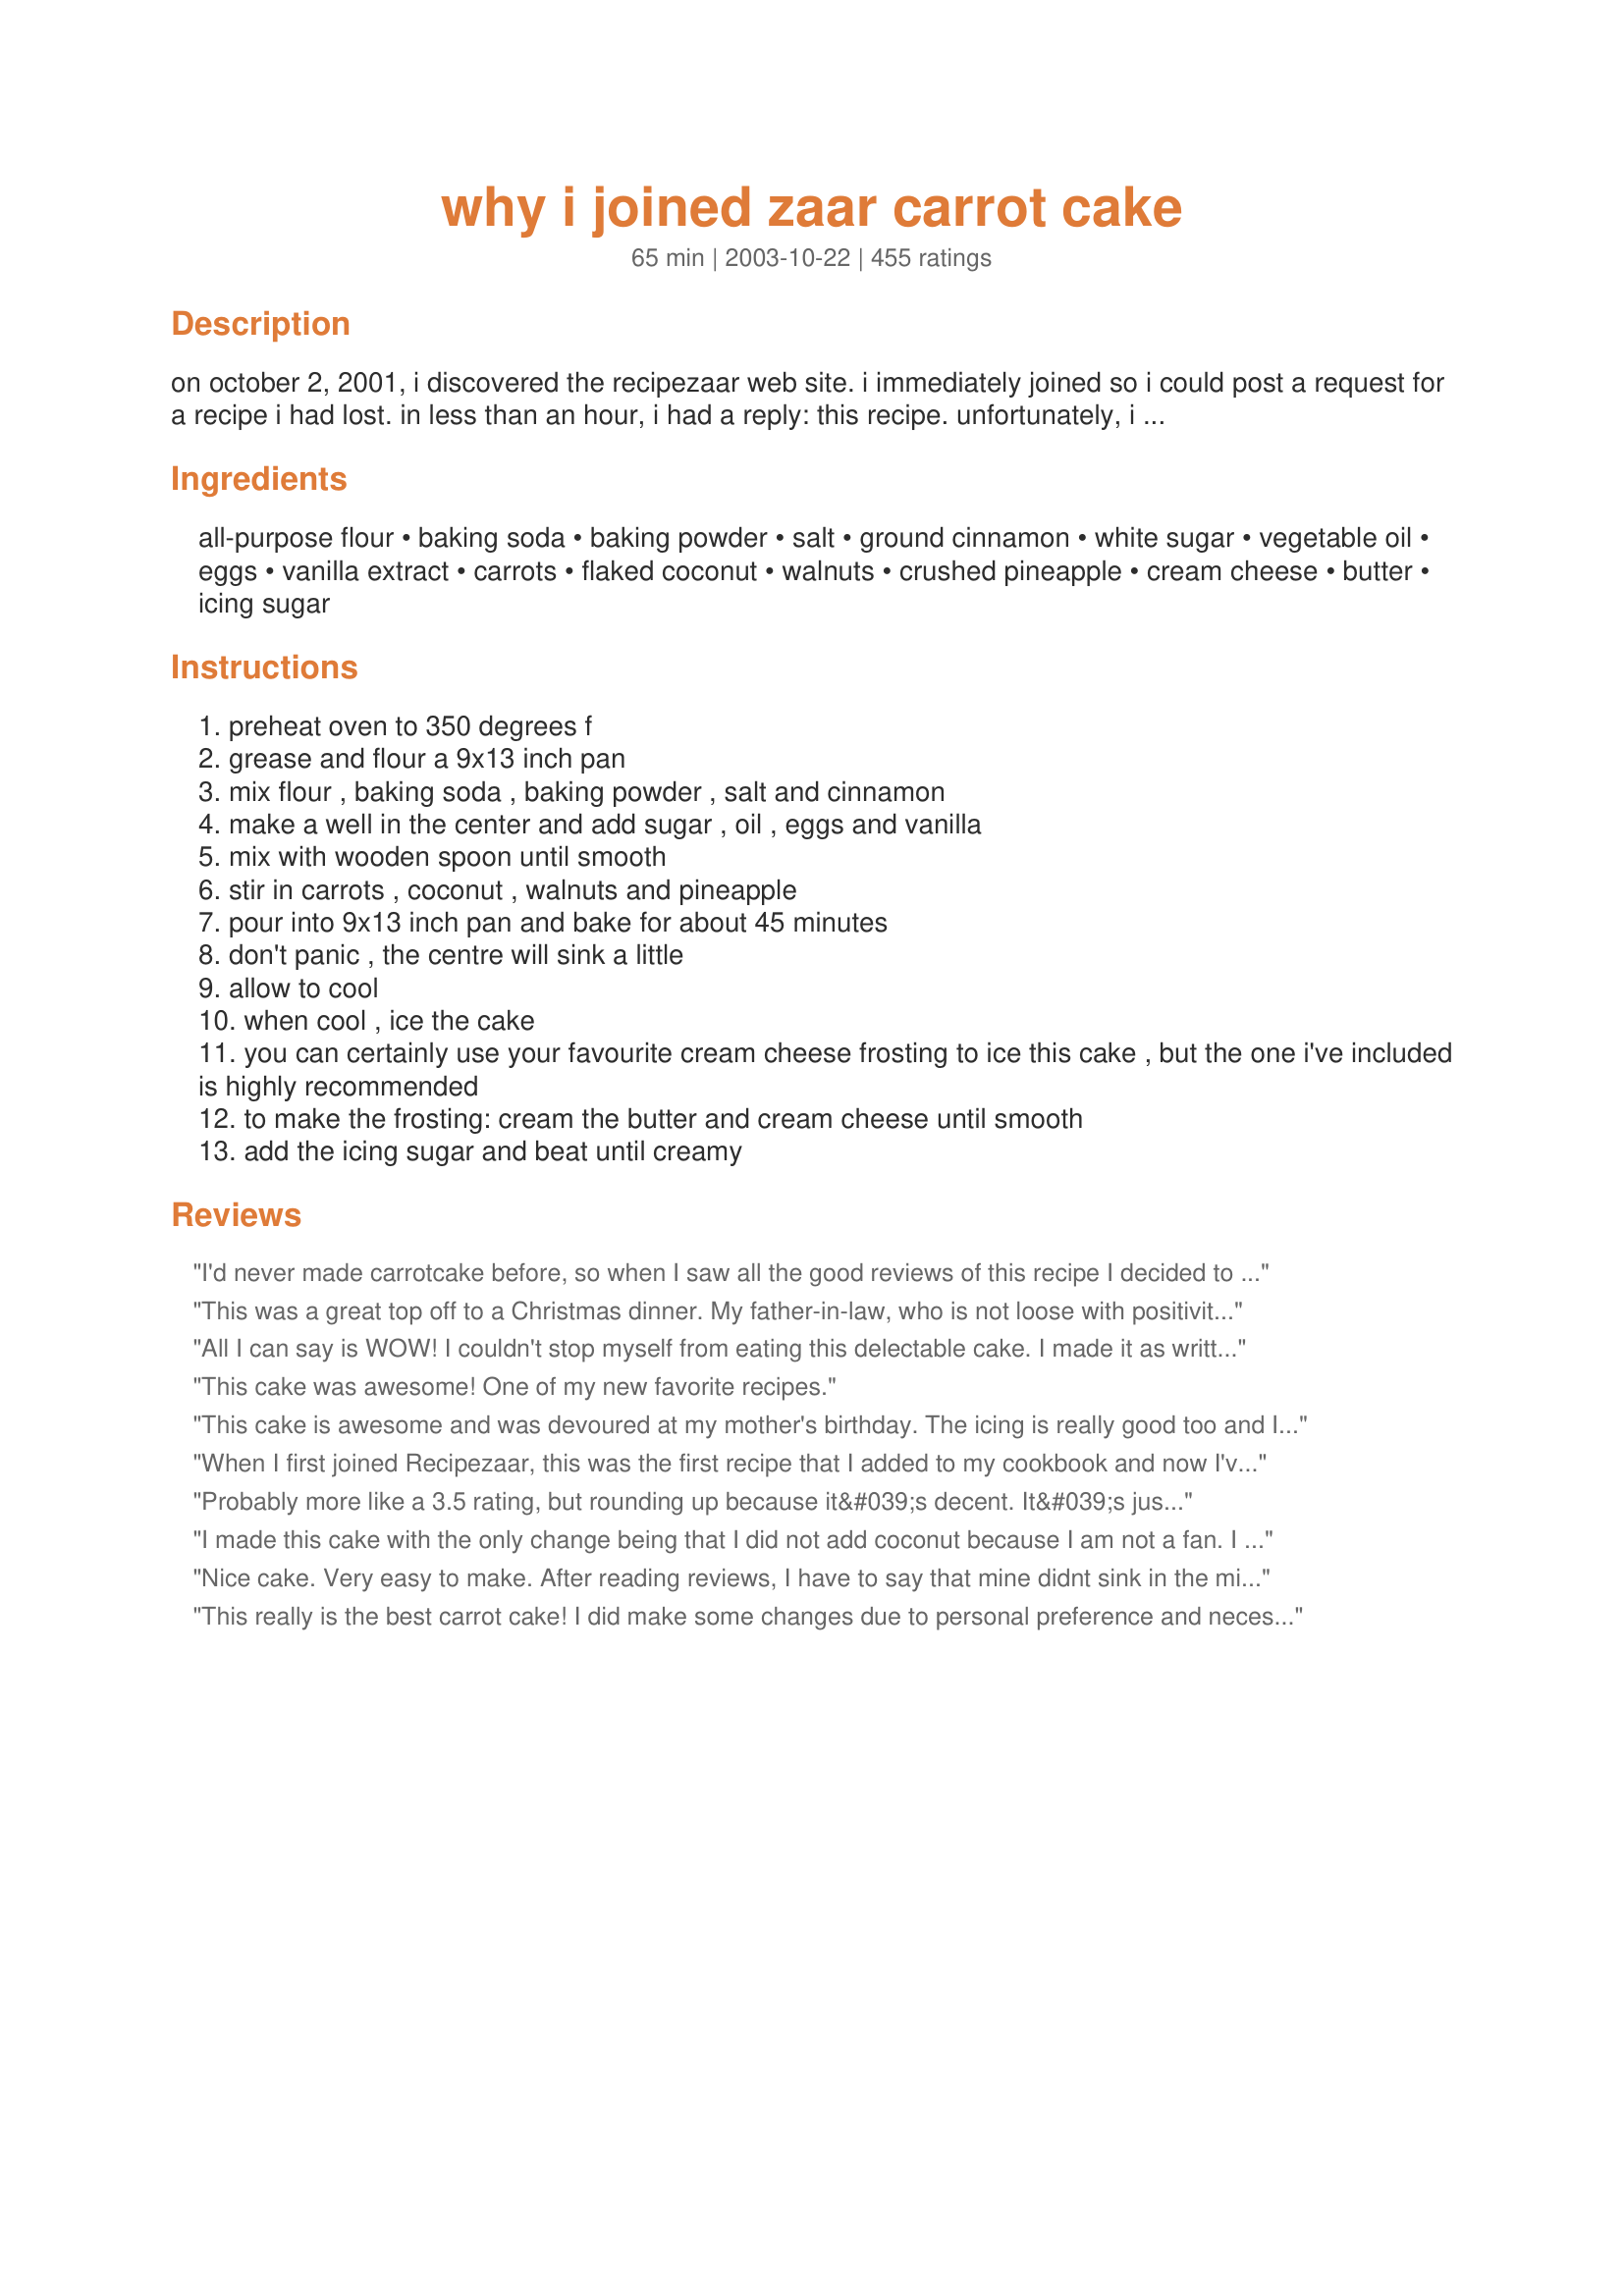
why i joined zaar carrot cake
Preparation time: 65 minutes

on october 2, 2001, i discovered the recipezaar web site. i immediately joined so i could post a request for a recipe i had lost. in less than an hour, i had a reply: this recipe. unfortunately, i never posted it into the database -- until now. my mistake. this cake was the reason i joined, and the friendly response i received was the reason i stayed!

Ingredients:
all-purpose flour, baking soda, baking powder, salt, ground cinnamon, white sugar, vegetable oil, eggs, vanilla extract, carrots, flaked coconut, walnuts, crushed pineapple, cream cheese, butter, icing sugar

Steps:
preheat oven to 350 degrees f
grease and flour a 9x13 inch pan
mix flour , baking soda , baking powder , salt and cinnamon
make a well in the center and add sugar , oil , eggs and vanilla
mix with wooden spoon until smooth
stir in carrots , coconut , walnuts and pineapple
pour into 9x13 inch pan and bake for about 45 minutes
don't panic , the centre will sink a little
allow to cool
when cool , ice the cake
you can certainly use your favourite cream cheese frosting to ice this cake , but the one i've included is highly recommended
to make the frosting: cream the butter and cream cheese until smooth
add the icing sugar and beat until creamy

Reviews:
I'd never made carrotcake before, so when I saw all the good reviews of this recipe I decided to try it! And boy oh boy did I hit a winner!
I've made the cake 3 weekends in a row, since I had people coming over and kept getting requests to please make it again!
It is soo good, thanx for sharing this one, it's deffinitly a keeper for me!
This was a great top off to a Christmas dinner. My father-in-law, who is not loose with positivity, said this was the best carrot cake he had ever put in his mouth. Thanks for sharing such a winner!
All I can say is WOW! I couldn't stop myself from eating this delectable cake. I made it as written but did add a little freshly-grated nutmeg and I grated the carrot quite finely which I think improves the texture. The cream cheese frosting was divine and I added a teaspoon of vanilla essence from others' suggestions. This is the best carrot cake I have ever made and I highly recommend it.
This cake was awesome! One of my new favorite recipes.
This cake is awesome and was devoured at my mother's birthday. The icing is really good too and I had no problems with it, impressive since I am the Icing-doesn't-like-me Queen. :D
When I first joined Recipezaar, this was the first recipe that I added to my cookbook and now I've finally made it (almost a year later)! What can I say but...WOW!! I made this cake for a lunch at work and my co-workers were awstruck at how good this cake was. I substituted 1/2 cup of applesauce for half of the oil, and I used egg beaters to lighten it up a bit. As for the frosting, I used the Wilton Cream Cheese icing recipe (not posted on Recipezaar, but on the Wilton website). For this I subsituted 1/3 less fat cream cheese for the regular stuff...and it all turned out great!! Thanks so much for this amazing recipe.
Probably more like a 3.5 rating, but rounding up because it&#039;s decent. It&#039;s just not what I expect out of carrot cake (which is far and away my favorite kind of cake). First of all, the cake itself is a bit too salty. And that&#039;s saying something, coming from someone like me who prefers salty to sweet. I would highly recommend cutting the salt in half, especially considering that as is, it has 582mg of sodium per serving (more than in 3 oz. of salted potato chips). Second, perhaps I&#039;ve been spoiled by some really great carrot cakes, but I think this could stand to be more dense. It just seemed a bit too airy for me. That&#039;s a matter of personal taste, though. Bottom line: reduce the salt, and if you&#039;re a fan of really dense carrot cake, you&#039;ll probably want to try a different recipe.
I made this cake with the only change being that I did not add coconut because I am not a fan. I also used cinnamon in my cream cheese icing. This cake was amazing. 3 different people told me this was the best cake they ever ate. Great
Nice cake. Very easy to make. After reading reviews, I have to say that mine didnt sink in the middle. Thanks for the recipe.
This really is the best carrot cake! I did make some changes due to personal preference and necessity. I could only find sweetened coconut, so I reduced the sugar to one cup. I replaced half of the oil with unsweetened applesauce. For the frosting, I reduced the powdered sugar to 1 3/4 cups and added 1/2 tsp. vanilla. I baked this in a pyrex pan at 325 and in my oven it took 35 minutes. Also, this freezes wonderfully. Slice it and flash freeze on a cookie sheet for a few hours, individually wrap in Press'n Seal wrap and store in a gallon freezer bag.
THIS is true carrot cake heaven!!!
This is actually the closest I've ever come to my grandmother's recipe EVER. The only thing I added (sorry :)) was tea soaked rasins and some nutmeg and truely I was seeing my grandmother sitting in her rocker saying "have another piece dear, you're soo thin" (thats not a problem anymore :/) Oh, and I also made it "gluten free for my kids, too. Just sub 1 1/2c. corn flour for the all-purpose, and add 4tsp baking soda and 2 tsp baking powder, and 2 tbsp more oil. They ate it all without a complaint!
Ok, here&#039;s another 5 star review. I made this when I first saw the recipe, about a year ago. I wanted to have a good carrot cake recipe in my repertoire, so I found a few to try. This one was really, really good. Like, the best carrot cake I&#039;ve ever had :). But I kept trying other recipes, I have no idea why. And now I have to admit defeat. This is the best carrot cake recipe ever, there are no others that can even compare to it. No matter which shape you prefer, it&#039;s perfect. A little cream cheese frosting and it&#039;s out of this world. Thank you so much for sharing this recipe!
I made this for a Family gathering over the 4th of July. Rave reviews form EVERYONE!! And many requests for the recipe. You will not be disappointed if you make this!
LOVED IT! Lennie, what a great recipe! I made this up for our camping trip and everyone loved it. The only change I would make next time is to include some raisins too. Please see my rating system as I grade tougher than most.
I messed up and used a big can of pineapple instead of a little 8 oz can. I didn't realize my mistake until after the cake was in the oven, and I was afraid I had ruined it, but it turned out fine. I baked it in a 13x9 inch pan and topped it with cream cheese frosting. It turned out extra moist from the excess pineapple, but was still delicious. Who knows, maybe next time I'll put extra pineapple in on purpose.
A beautiful cake with what my partner described as a perfectly light and moist texture. Unfortunately I must have done something wrong as it tasted of very little, whether I forgot to add an ingredient I'm not sure. I've given 4 stars because of the texture alone and I will be making it again very soon, hoping to correct any mistake I made.
What a crowd pleaser! I added a teaspoon of cardamom for a slightly different flavor. It was delish!
This is a "to die for" recipe! Baked this for my husband (his favorite cake) and our small group for our September birthdays. It is by far the best carrot cake we have ever tasted, including some who are carrot cake "experts!" Thank you for sharing this recipe with us.
This is the best carrot cake I have ever had. I made it exactly as the recipe was written, with the exception of substituting pecans for the walnuts. I served it for my daughter's birthday and got rave reviews. Luckily it's a big cake, because we had a little left over for snacking.
This was just perfect. I wanted to make a cake for my son's 1st birthday that wasn't loaded with sugar and so when I saw Kasha's advice on this recipe (applesauce instead of oil, lower the sugar, etc.) I knew this would be the one. I ommited the nuts and coconut since my son can't have them yet. It was a wonderful cake. I cut the recipe in half (used a square pan and cooked the cake for about 25 minutes). My son licked the frosting off with is fingers and then shoved that cake into his mouth. Thanks for the wonderful recipe and the memory.
Really good, thanks!
AMAZING! Didn't have sugar (what?) used Turbino (Sugar in the raw) really fabulous! Thanks for sharing this recipe!
I forgot to review this somehow... well let me tell you! This was soooo good! I can't say anything that hasnt been said already. I made this for my Mothers birthday- carrot cakes her favorite and she loved this! As did I, he. Anyway.. this was my first attempt at making a cake from scratch and it was easy enough. Don't waste your time on any other carrot cake recipe- this is the one!!
This cake is no joke. It is absolutely AMAZING in every single way. 

The batter looks like crap. Like it will never pull together. It really isn't very appealing. But somehow, this cake turns out of the oven, a bit chunky (and I omitted the nuts) but absolutely delicious, moist, and perfect. Only getting tastier and tastier in the fridge as time goes by.

The icing is truly phenominal. I tasted it and immediately this reminded me of Trader Joe's Carrot Cake that I love so much...except that THIS is BETTER. MUCH MUCH better. 

I literally can't keep myself away from the cake. I baked it only because I needed to make myself a 30th birthday cake from ingredients I had on hand...and I had some organic carrots I needed to move out, so I figured I'd "settle" for a carrot cake. 

Wow. I am SO glad I did. One of the top recipes on the Zaar. Hands down. Everyone and their mother (I say on Mother's Day) should try this cake!
Delicious, super moist, amazing. I made it in two round cake pans for a layer cake and cooked for 30 min. It is so moist that I don't know that it makes the best layer cake - hard to make a clean cut, which may be why the author recommended a 9 x 13 =) I will make this again - I love the addition of pineapple and coconut!
After all the great praise for this recipe I just had to add it to my carrot cake collection. The downside, for us, is too much baking soda so had to reduce it by 1/2 a tsp. and no difference to the texture. Really detest tasting baking soda in a finished product. There was a complaint re the frosting - this is the normal (to me) cream cheese frosting recipe. Perhaps if the reviewer just omitted the butter but then the texture will be gummy.
This is one of my favorite recipes I have ever made.
This was good, and improved the longer it sat in the fridge. The frosting was the best part and easy to prepare.
Does this recipe REALLY need a 300th review? YES! It's THAT good!
I've had this in my cookbook forever, and why I'm just now getting around to it, I don't know. But I'm sooo glad I did, this is incredible! I did cut the oil with applesauce (3/4 c applesauce, 1/4 oil), used only one cup of sugar, and some frozen sliced carrots that someone had given us. I tossed those int he food processor and added them in. The pineapple didn't get drained, thanks to my overeager little helpers,s o the cake was 'slightly' tough (could be from their enthusiastic stirring too!). I baked this in 2 9" rounds, stacked with a layer of icing int he middle, and we ooh'd, ahh'd and moaned in ecstacy through the whole thing. There wasn't a crumb left..and they all want to have another this weekend! Thanks so much for posting this jewel!
I made one modification, instead of the oil, I used applesauce. The cake was so very moist and a huge hit with my husband.
Excellent. Family said it was the BEST.
Brought this carrot cake to my grandmothers for the 4th of July, and they loved it. They were quite surprised to see that I could make something that taste good, I mean really really good. With the frosting I added a stick of butter, and 1 tsp of vanilla. Thanks Lennie
Delicious! I used your cake recipe and Recipe #165880 for the frosting, and it was an awesome combination! The cake was moist and nutty and delicious and the frosting just sent it to another level!
I just finished baking this cake and icing it. I made this one today per my daughter's request. She informs me yesterday that she "loves carrot cake" so I decided to surprise her. I uploaded 3 pictures - the first picture is of the plain cake just to show you that it did not sink in the middle and the other two are of the finished product. I used a 9 x 13 inch pan and the size is just perfect. 45 minutes was the exact baking time too. The icing recipe that is included with this cake worked out to be just the right amount also. I only iced the top of the 9 x 13 inch cake. The only little change I did was to add a little bit of vanilla extract to the icing. That's it! Otherwise, I followed this recipe exactly. I can't wait to hear what my daughter thinks when she tries it. I will update my review after I get her opinion. Thanks for sharing this wonderful recipe! Oh yeah, Lennie, let me know if this recipe would work for cupcakes too. As I mentioned, portion control seems to be a household issue. Thank again and take care.
This cake is amazingly delicious! It's almost too good to be carrot cake! I followed the directions to the letter and had no problems at all. There was plenty of frosting so I even had some left over to do some decorating with. My only suggestion is to make the day before and refrigerate if you have the time. Thank you so much, Lennie!
I made this for Christmas Eve. It's even better the next day after it sits. (Slices better) The cake was wonderful. My friends loved it.
Very good! Did a "trail run" for my father's birthday cake. This cake was very moist, cinnamony and got rave reviews! I let it sit overnight before cutting into it, not sure if it helped - but it surely didn't hurt! I think for the birthday cake, I'll make the following changes. Add vanilla to the icing, sprinkle with chopped nuts, and dust lightly with cinnamon for presentation. Yum!
This is the most delicious and moist carrot cake i have ever made. The only thing that i did differently was put a little bit of coconut extract in the frosting...It was amazing!!!
A lovely, moist, delicious cake that could only be made better by the addition of chopped pecans (I was out of nuts). We'll be making this one again.
I made this for a good friends Birthday on New Years Eve. It was very moist and delicious. I used powdered sugar for the icing as I didn't have icing sugar and didn't notice a difference. Everyone raved about how good this was.
Loved by EVERYONE in my home.
Very good!
This recipe makes a very moist cake. I made cupcakes from this recipe. They were easy to make because I used already shredded carrots. I think this is a 5 star Recipezaar recipe!! Thanks Lennie for posting this wonderful, yet easy recipe.
This was a hearty and delicious carrot cake. My dad declared it the best he has ever had. It was easy to put together and will be made over and over!
Made this for my mother in law and she loved it! She even requested the recipe! I will add raisins next time. Thanks Lennie!
Excellent cake. I made it for my brother-in-law's birthday, which was today, and it was a complete success! Everyone was raving about it. It's moist and very flavorful - I made it in a 9x13 pan and the smaller squares were just right as it was so filling. I made the frosting from the recipe as well and got two thumbs up! It was very easy to make and is definitely one that I will be keeping...especially since it's already been asked when I will make it again. :o)
Oooh! MMM good! FYI - Incase you can't find 8oz pineapple cans, I only have 20oz cans so I just took some out of there.
Great recipe and is a keeper for me!
This cake is amazing, and wonderful! Thank you so much for posting. The only thing I changed was I only used 1 cup of sugar and it was sweet enough! I will be making this for a long time (at the request of the husband and family!!) Thanks again Lennie!!!!
Hands-down the absolute best carrot cake I have ever had! Thanks for posting!
Delicious. I followed the recipe as written with the exception that (after reading a few of the reviews) I subbed applesauce for half the oil, used 1/2 cup of golden raisins and 1/2 cup walnuts instead of 1 cup walnuts and used light cream cheese in the frosting. Very easy to make and smelled great coming out of the oven! Everyone loved it, thanks for posting it!
I made this for my daughter's birthday. My husband has never had carrot cake because of the raisins. This recipe does not have raisins and he loved it! We all did. This recipe is a keeper.
This was my first carrot cake that I made :) and followed this receipe!
Turned out very tasty, little bit dry(well-not that moist as I wanted). But I think I didn&#039;t put enough oil, I also put half oil and half apple sauce. Also added ground nutmeg and ginger, since I like the taste of them in cakes usually :) frosting was awesome!!!
This receipe is a keeper and I will definitely use it again :)
Very nice recipe and beautiful cake. I think I'll adjust the spices next time, but it was very good and enjoyed by my whole family.
I give it 10000000000 STARS. Thanks for posting this, all my other Carrot cake recipes are now in the garbage.
This is even better than one i made a few days ago. And I thought that was good already. I used freshly grated coconut which is easily available in Malaysia and it sure made a difference. To justify me eating more cake (LOL) i reduced the fat content by substituting 1/4 cup applesauce with the oil. I also reduced the sugar to 1 1/2 cups and voila a very delicious cake. This cake passed the 'hard to pleased mother test' so those with similar critics at home should try this cake. Thanks alot for sharing.
Well, all I have to say is, YEAH! Everyone from my grandma to my 9 year old son loved this recipe. I will definitely make again. I originally made them into muffins and topped with the cream cheese frosting you provided. A big hit.
This was a great carrot cake, though I did add 1 cup of raisens to the batter--to me, it isn't carrot cake if it doesn't have raisens! Next time, I might leave out the coconut though... Also, I might use a different frosting, as this frosing was a little thin. Thank you for a good recipe!
I made this for my father-in-law and the rest of us couldn't help but gobble it down. This is the perfect carrot cake!
This cake is definetly 5 star carrot cake, though I am not sure if you really need the coconut. I couldn't tell that it was even in there so next time I am going to omit it to see if there is any difference. I also want to try another icing. I made cupcakes with this recipe and as I very well should have expected (duh), the cupcakes stay flat on top. It took them about 30 minutes to cook. They are delicious! Thank you Lennie!
What can I say that the other 178 posters haven't already said, except I have to agree it's AWESOME!
Very good cake, moist and very simple to make. However, I recommend tasting the frosting before you slather the cake in it, luckily I did because the taste of the frosting almost turned my stomach.<br/><br/>I will look for an alternative frosting and keep the cake recipe, I dont know why the frosting tasted so horrible, probably the butter maybe I dont know but I thought it tasted awful. Sorry.
This is absolutely the best carrot cake I have ever had. I followed the recipe to a tee, and although the batter was quite thick the cake turned out very light, moist and absolutely scrumptuous! I took it to a church luncheon today and was told that it was "the Cadillac of carrot cakes" by a fellow parisioner. Thanks so much for this recipe...I have been looking for a great carrot cake recipe for years and this ends my search.
I made this 2 weekends ago. I made no changes, just followed the recipe as directed and it was a huge hit. It is delicious and moist. Thank you so much for posting.
This cake is fantastic! I had to make a few changes and wanted to post in case someone was in my situation. My hubby doesn't care for coconut so I omitted it and I was out of pecans but I had ground pecans so I used a cup of that. The cake was perfect- nutty taste throughout and very moist. I cooked it in 3 round cake pans approximately 25 minutes. I haven't put the icing on yet but I'm a bit afraid that the ground pecans made the cake too crumbly- I dropped one, oops, so I was able to see and taste the portion that stayed in the pan.
I really like the ground peacns or maybe some ground flax seeds.. but next time I probably won't drain the pineapple next time so I can have the extra moisture.
There is a reason over 300 people give this 5 stars. It is soooo worth it and many more! I followed several suggestions and baked my two 9" cakes for 40 mins. I added 1 tsp. of allspice to the cake and 1 tsp. of vanilla to the icing. I doubled the icing but did not need that much; I had a lot left over. Next time I will add extra conf. sugar to the icing to make it stiffer for frosting. Sifting the sugar made the icing creamy and smooth. Thanks for posting a sure fire success and thanks for all the wonderful suggestions.
Only one word to describe this cake - YUMMY!

Thank you for a great recipe. I would appreciate it if you could help me with this - what would be the right baking time and oven temp if I were to use a 9" or 10" round cake pan instead of a 13x9 pan? Thanks for your help.
My BF and I had a slice of carrot cake at a restaurant a few months ago that was so good we have talked about it ever since. We have gone back and sadly, the women who made it that day is no longer there. Figures. I have been looking for a comparable recipe and this is very close. I didn't change a thing. It was very moist and not overly sweet. I will definitely make this one again.
Awesome carrot cake recipe. Great as cupcakes too!
This was delicious, and I didn't think I liked carrot cake. I made this for christmas, and it turned out super flavorful. Will definitely make again!
Absolutely delicious!! This is my new carrot cake recipe! 45 minutes is way too long, cake was done in 30 minutes cooking at 350
I tried this recipe to try a new twist on an old favorite. While the cake was good I guess I'm just a traditionalist because I found I prefer it without the add-ins. Thank you for sharing the recipe, though, because it's obvious that many people enjoy it with coconut and pinapple.
My labmate and I set out to make a cake for a pregnant co-worker, who requested carrot cake. "Carrot cake?!" we thought, "that's unusual!" So we faithfully turned to recipezaar to find this gem of a cake. Even though we forgot both the coconut AND the walnut, and forgot to add the sugar until right before it went in the oven, it was a hit! Since most of the lab is east Asian, cutting the sugar brought resounding reviews of, "It's really good! And it's not too sweet!"

Substitutions: replaced half the oil with applesauce, cut sugar in the cake to 1 cup, cut sugar in icing to 1 cup, cut butter in icing to 3 Tbsp
This recipe was AMAZING!!!!! I had some shredded carrots in my fridge that I desperately wanted to use and I'm glad I chose this recipe to put them in! I like to bake healthy so i substitued 100% whole wheat flour and instead of 1 cup oil, I put 1/2 cup applesauce and 1/2 canola oil and got great results. I am not a huge fan of coconut but I'm glad I added it in as it gave it a wonderful taste!! Everyone thought this cake had a lot more fat in it as it tastes very very moist!!! I will definitely make this one again! Thanks Lennie for this great recipe!
This recipe definitely deserves 5 stars! I made cupcakes instead and took them to work only to receive raving reviews. One lady said it's better than anything she could get store-bought. Some modifications I made after reading previous reviews: 1) applesauce instead of oil, 2) pecans instead of walnuts, 3) decreased to 1 cup of sugar 4) baked 18-20 minutes since I made cupcakes. Also, I let the dried coconut soak for about 15 minutes in boiled water. Then I strained it and added to the batter. That way the coconut is not as dry. Finally, I used a piping tip to swirl the icing on top...they looked absolutely delightful =)
This recipe is as good as everyone says. The only change I made is to add finely grated orange peel to the frosting. My daughter and I once had carrot cake at a shop and they had added orange peel to the frosting. We talked about that cake a number of times until we were both back in that area again. We rushed into the shop for a piece of the cake...and they had no idea what we were talking about! The manager said they DID have "girl" "awhile back" who was always making things DIFFERENT from the recipes, and they had to let her go. YIKES!!! Try the orange peel and see how it adds a wonderful new dimension to an already complex and delicious cake! THANK YOU for this recipe.
Delicious!! I made these into muffins and adjusted the cooking time to 30 min. I can't stop eating them!!
This is fantastic! I was a little leary wih the pineapple and coconut, but WOW! Thi is the only carrot cake I'll ever make from here on! Thanks for sharing!
This was really good! My first time making a carrot cake from scratch- it is so worth it! It did, however, take me about and hour and a half to shred all of the baby carrots I had cluttering my fridge. I cooked mine in a 9x13 pan and it was completely done after just 40 minutes at 350 degrees. The middle of the cake did sink a little and the bottom and sides of the cake were a little more well- done than I would've liked. I would suggest cooking at 325 degrees and starting with 40 minutes, working up to 45 if needed. This is a beautiful and delicious cake (and frosting too!) And it's even BETTER refrigerated and eaten the next day!
Wonderful! Our 15-year old neighbor specifically requested a carrot cake for our Fourth of July party. I am NOT the world's greatest baker! This cake was absolutely delicious, and so easy to make. It was such a hit that I had to smuggle two pieces out for DH and I to have for breakfast next day. Thank you so much for sharing. I will definitely be making this again.
Absolutely delicious! As soon as it's done baking, I put it in the fridge for 2 hours....so moist this way.
i forgot the pineapple altogether and it's still the best carrot cake I've ever eaten! completely foolproof.
Well, after sitting and reading ALL 280+ reviews, I decided to make this recipe into cupcakes, to serve at my wedding in 2 days! I realized that I had NEVER made my fiance his favorite cake from scratch, probably because I didn't think I liked carrot cake - WRONG!. I just finished making 2 batches, and am thinking of making another, I am sure they are going to be a BIG hit! They are SO moist! I can't wait for them to sit a bit for the spices to come to full flavor. The preparation went quickly- after grating the carrots. I did incorporate a few changes as recommended in some of the reviews... 1) cut sugar to 1 cup, 2) 1/2 c. unsweetened applesauce for half the oil, 3) added 1/2 tsp. nutmeg & 1/2 tsp. allspice, 4) added an extra 1/2 cup carrots, 5) omitted coconut & walnuts to appease fiance and new in-laws =), 6) baked 18 minutes for cupcakes - yielded approx. 18 cupcakes per batch, using an ice cream scoop to measure. I have only tried one w/o frosting, I think they will definitely be sweet enough once frosted, I like the extra spice, yet it isn't overpowering, I think the applesauce helps to "lighten" the finished product and reduces the chance of "sinking", and I love the pineapple! I used the frosting recipe, but added 1 tsp. vanilla. Will definitely update after the wedding! Thanks for the recipe! I am so glad I decided to try it!
Simply the best carrot cake I've ever had. I had forgotten just how delicious carrot cake can be. THANKS!! FYI: to make it non-dairy, I used Tofutti cream cheese for the frosting and it was still delicious!
Wow!!! This is the best carrot cake ever. I followed the directions exactly. Yummy
Outstanding! Incredible! Top drawer! A perfect 10! My DD wanted a carrot cake for her birthday, so this was the perfect opportunity to try this recipe. I took the advice of Kasha and used 3/4 cup applesauce and 1/4 cup of Grapeseed oil. I cut the sugar down to 1 cup and with using sweetened coconut, that was plenty sweet enough!!! I baked it in 2 8" round cake pans for 35 minutes. I used Kittencals Pan Release, Professional Pan Coating Recipe, #78579. For the frosting, I used 6T butter and added 1/2 tsp vanilla. I had plenty enough frosting to cover the whole cake. MY DD used to like the carrot cakes from Safeway, but has changed her mind and this became her all time favorite and my DH said the frosting was "to die for", and not overly sweet. I think I will keep this one! Thanks Lennie!
Okay... This is the best, incredibly MOIST carrot cake. I was a little indifferent to the coconut but it turned out wonderful. And the cream cheese frosting.. lol.. is icing on the cake! Wonderful.
Wow. Fabulous cake! Definitely miss the raisins from the "traditional" carrot cake, but not because this cake is lacking in flavor or texture. I think that's just what my mind expects in a carrot cake! LOL I think I'll add them in next time I make it.

I made two small adjustments. I used 1/3 cup of the pineapple juice in place of 1/3 c of the oil, and I used half the sugar for the frosting (1 cup vs. 2 cups). The frosting turned out beautifully creamy and not painfully sweet this way - if you are like me and hate really sweet frosting, try mixing it with just one cup and taste to see if it works for you. We loved it!
I made this for Easter and everyone loved it! I made it in a 9x13 pan and it wasn't done in the middle. I should have cooked it longer. Next time when I make it I am going to use cake pans and see how that works. Thanks for a great recipe!
Delicious! I cut the sugar in half, substituted applesauce for half the oil, and used slivered almonds instead of walnuts (due to allergy). Will definitely make again!
WOW. This is amaazing. I also really really really loved the frosting. Definitely 5+!
EXCELLENT! I'm sorry I forgot to rate this before now. I've been making this for about a year or so and it's THE BEST! I've taken it to friends for dessert and they raved about it....said it's the best one they've ever had. Thanks for a great recipe! This is the only carrot cake recipe I will ever use.
For a carrot cake I am sure it&#039;s 5 star but as for just a cake I am giving it 4stars. It&#039;s good but I am not dying for more. I omitted the nuts since it was for my one year olds birthday cake. I reduced then sugar to 1&amp;1/4 cups. I added 1/2tsp nutmeg and 1/8of all spice. I did add 1/2 cup of tea soaked golden raisins soaked for 15min or so. I soaked the coconut in hot water for about the same. I used half the oil 1/2 cup apple sauce. The icing I added 1/2tsp vanilla and zested a small orange. If I make again I will not do raisins not a big fan. I loved the orange zest in the icing!
This is almost the same as the recipe I have from my Pillsbury cookoff cookbook. I love scratch cakes better than from a box and they don&#039;t take more than 5 minutes more to put together. The dry ingredients should be sifted together and I sift the flour before measuring. I don&#039;t like a very sweet cake so I usually cut the sugar in the frosting by half a cup.
This is W O N D E R F U L!!! I am sharing with our neighborhood, as there are only 2 of us here. This is a favorite!!! Thanks for joining Zaar and sharing.
This recipe has turned us on to carrot cake!! Based on some other reviews and personal preference, I made the following changes:<br/>1 1/3 c sugar (will use 1 c next time), no nuts, sweetened flaked coconut (not sure if I was supposed to use unsweetened?), 2/3 c vegetable oil instead of 1 c, 1/2 c pineapple juice. I made this in 2 9 inch round dark pans, baked at 325 for 30 min. With the frosting, I added 1 t vanilla and 1 1/2 T heavy cream to the butter and cheese. Then I just kept adding 10x until it had the consistency and sweetness I preferred. Yum!! It was awesome!!
This is a great recipe. It is very moist, improves over time, frosting is the perfect finishing touch
This was my first carrot cake attempt... it turned out wonderful. I took it for my friends birthday and everyone really liked it. I did make a 2 layer this time but I think it would be better for us as a 9 X 13 as the cake is so very rich and moist... one piece goes a looonngg way!!! Thank you so much for making my first carrot cake a great success.
Awesome! I made it gluten free and dairy free frosting. My 2.5 yo son loves it, as do my non GF parents, husband and myself! MMMM!
i dont know want i did wrong, but it was awful... had to throw in garbage....sorry!
OK, I morphed this a fair bit but I bet it's tasty the proper way. I used half whole wheat, cut 3/4 cups of the sugar, substituted half the oil for apple sauce, and left out the walnuts since dh doesn't like them. Made them into 23 muffins. Used the suggested icing minus a bit of the icing sugar. Took them to church and not one was left..and we have a very small church.
I made this recipe using 8 oz plain fat free yogurt and 4 oz vegetable oil. I used 1 cup white sugar and 3/4 cup brown sugar. I didn't put the coconut in the batter, but instead toasted them and pressed it into the sides of the finished frosted cake. It tastes wonderful.
SIMPLY INCREDIBLE!! AND GUESS WHAT???? I substituted Applesauce for ALL of the oil...and XYLOSWEET all natural sweetener for ALL of the sugar. I'm not kidding...this ROCKS!!!
Great cake! I'm sure it would have been even better with coconut and walnuts, but then no one but me would have eaten it. I did put in raisins. I had to cook it about 10 minutes more, but I think the pineapple wasn't drained enough.
Is there an option for 10 stars? FANTASTIC. Thanks!
This was quite good. It wasn't like most carrot cakes I've had before, but it tasted good and got even better after sitting for a day. I loved the icing but my husband said that was where he thought it was lacking. Next time, I'll sub a cup of brown sugar instead of 1 3/4 cup white sugar, and skip the coconut, and maybe add raisins. I thought the coconut made it very chewy and didn't add to the overall flavor. I'll also add some extra spice; nutmeg and clove, perhaps, as other reviewers have suggested.
This is beautiful! Since there's enough rave reviews, I'd just like to add that for the cream cheese frosting, I ended up adding 3 cups of icing sugar for it to reach piping consistency, hope that helps some!
Wonderful. I'm not a huge cake fan but I wanted to make a cake for some friends on Thursday. It was a huge success both with them and at work, although the later didn't get as much as they would have liked. I am now a fan of your carrot cake. It's not too sweet, it's nice and moist with a lovely texture. I made it as posted plus your icing and couldn't have asked for an easier recipe. Thanks Lennie, I'm glad you came, found and shared.
Wow! Fantastic cake - I replaced half the oil with apple sauce and it is still the nicest, most moist and tasty cake we have ever had. Love the coconut in it.
I did change it a slight bit but it would still be great just as it is written. I used less cinnamon (1 tsp.) and added 1/2 tsp. of nutmet and 1/2 tsp. of ginger. I also added 1 tsp. of vanilla to the frosting. Ummmmm Ummmmm Good. Thanks for the recipe!!!!
WOW! This definitely deserves 5 stars for ease of preparation and great flavor.
My husband said this is a keeper. Great cake. I had to give some to the neighbors so I wouldn't eat the whole thing. Will be making this again.
My housband and I had wonderful afternoon eating this cake. Great thank´s.
this cake was amazingly easy to make, i followed the recipe , but did not drain the pineapple, and i added 1/4 cup of raisins, and 1/4 cup of chopped walnuts. Everyone loved the cake, and no one believed i made it!~
Absolutely delicious! Easy to make and full of flavor. I baked for 45 mins. in a glass pan and it was a little too long.
I gave it 4 stars because ... I never tasted any other carrot cake before so actually I had nothing to 'compare' it with... over all it was easy to bake, very good ... a bit too sweet for my likes, I will cut down on the sugar amount as others suggest. I would definitely make it again. One suggest on the cream cheese frosting ... I suggest to use a dash of lemon juice, not much... it makes a whole lot of a difference in taste. Good cake, Im going to bake another one up for my mother-in-law, as a mother's day gift. OH, for some reason I was unable to bake it the full 45 minutes as suggest, I had to pull it out at 35 as it start to kind of burn, so keep an eye on it... and mine didnt sink in the middle either! :)
I made this cake for my SIL's birthday and just like everyone says, it was a big hit. Several people told me it was the best carrot cake they'd ever had. 

I followed the directions to the letter, except I left out the coconut because I didn't have any. I made two and made a double layer cake. They did not sink at all in the center like the recipe says they might.

This is a fansastic cake, highly recommended. Very moist with excellent flavor and pretty easy to make.
I made this for Thanksgiving and two days later there is only one tiny piece left (sure to be gone by tonight). I used apple sauce instead of oil and baked in a 13x9 pan, just frosting the top. I did cheat and use Pillsbury Cream Cheese frosting since I wasn't too confident on my ability at making my own. (This is first cake I've ever made... the baking world terrifies me) :). But this was great!!
In one word, Outstanding!!!
This cake was rich, moist and really delicious! With the crunch from the nuts and the delicious frosting, we really loved this cake all the way around!
Very good and BYW the center did not sink! I did use a glass pan and lowered the baking temp to 325 maybe that was why. I subsituted macadamia nuts for the walnuts only because one of us has a severe alergic reaction to walnuts.
If I could give this recipe more than 5 stars I would. My husband is not very forthcoming with compliments on my cooking, but this was a HUGE hit. He told me it was a masterpiece and told me it is the best carrot cake he has ever had. Thanks for the recipe and I have a feeling I will me making this cake often!!
Delicious!! The only change I made was to exchange the oil for applesauce as someone else suggested. It turned out beautifully and you certainly couldn't taste any difference, moist and yummy. Love it!
I first came across this delightful recipe for Carrot Cake back in the early 80s in a great local Texas Family cookbook when we left Dallas after living there two years. Our church friends had a little going away party for us, and they thought a Texas Cookbook was just the thing to give us, a family of transplants hailing from Maine. I have tweaked the recipe in very much the same way the reviewer &quot;gardeningRI&quot; does. I use organic WW Flour, substitute the sugar with honey and molasses, and use a tad less oil (1/4 cup less). I have made this for wedding cakes, Birthday party cakes, and social events for over 34 years and it is a huge success. I am thrilled to find the recipe on geniuskitchen.com Thank you! Marialyce Norfolk, VA
I am adding to the many many great reviews of this cake, and before I go any further, I want everyone to know, I FOLLOWED THIS RECIPE TO THE LETTER. If you want low fat, go somewhere else, or have a smaller piece, just because it has carrots, doesn't mean it has to be healthy. 

Now my review: 
The best carrot cake I've ever tried! Better than my Mom's (sorry Lucille!) better than at my fave restaurant... hands down the best. The flavor is nicely balanced, just the right amount of spice as to not over power any other ingredients. You can really TASTE all of the additions too, it's not overly sweet either. The coconut and walnuts add great contast of texture, the cake itself is surprisingly tender. It's also quite moist but not OVERLY moist. (no oily taste when eating) The instructions are quite cler and I love that this requires no special equipment to make. Really it doesn't get any better than this as far as dessert goes!
Wow..... Best carrot cake I have tasted in my entire life... This recipe is perfect. Tweaked a few things as advised to save my waistline. Cut back the sugar to 1 cup. Will tweak a few more by my next baking session
Thank you Lennie! I wanted to make a carrot cake from scratch and found this recipe's feedback promising.... Boy did it NOT disappoint! Super easy, moist, and hearty.. I followed gardeningRI's advice to cut down on the sugar and bleached flour ("sub whole wheat pastry flour, pare down the sugar to 1 1/4 cups, decrease oil to 1/2 cup & add 1/2 cup applesauce, and add 1/2 cup golden raisins") and made cupcakes at 350 degrees for 18 minutes. I also used my Grandmother's cream cheese frosting recipe (1 brick of cream cheese, 3 Tbl butter/marg, 1 tsp vanilla, and 2-4 cups of confectioners sugar to taste). <br/><br/>They came out perfect! Can't wait to make them again for the Spring holidays :)
If you're looking for a nice dense, moist carrot cake, this is the one! I made this for Easter and it really was a hit with my family. The only change I made was to use pecans- not walnuts and to add some vanilla to the frosting. The cake did cool with a dip in the center but no one was the wiser after I frosted it. I'll be making this cake again.
I made this for Easter. This is really, really good. My dh & my bil said it was even better than Marie Callendars. I didn't use the coconut because not everyone likes it in my family and I sub'd pecans for walnuts. I used 3 ea. 8" round pans and I used a different frosting too just because I needed more of it. Very moist and easy to make using my food processor to shred the carrots. I will definately make this again. Thank you for sharing.
I've never made a carrot cake before, but this one turned out incredibly. I served it to a group of friends and it caused a near riot. I thought there was going to be a fight.

One thing to keep in mind. Icing is for a sheet cake, it's not quite stiff enough for a layer cake. It tastes wonderful though.
This is one amazingly delicious cake! Fully deserves each and every one of its five stars. I briefly roasted the walnuts before chopping them â€“ gives them a bit more crispness and flavour in baked goods. I also put in about 50% more pineapple than was called for (LOVE pineapple), but think the texture would probably have been even closer to perfect if I hadnâ€™t. Iâ€™ll follow the recipe exactly next time. And believe me, there will be a next time!
I thought it was alright. I have had better...but I think it was because the pineapple. I used quality stuff but it just tasted tinny and too sacchrine to me? I would also add more complex spices instead of just cinnamon like ginger, nutmeg, and clove. Also think it could do with less oil.
I made this for my husband who loves carrot cake, and it was absolutely delicious!! I dont normally eat carrot cake but I could have easily eaten half the pan. I made it the night before and it was super moist and the frosting was perfect for carrot cake. I didnt change anything and why would you need to? Its perfect, thanks so much.
This was the best carrot cake I have ever had!! A friend of mine is supposed to have made the best carrot cake around, and I finally tried hers. It was good, but did not compare to this recipe (I would never tell her that). My son thought it was gross that I was making a cake with carrots, until he tried it, he LOVED it!!! Great recipe, it definitely deserves all the 5 stars!! I will be making this again!!
I followed the recipe exactly as written and it turned out wonderfully. I served it at a birthday party and my brother-in-law who is a big foodie said it was the best cake he had ever eaten. A true winner that I will make many times in the future.
wow!!! I'm so excited I found this! I think this was my first time baking a cake from scratch, and it was amazing! I used the frosting from this recipe for half of the cake, and I used non-dairy icing for the other half, for our roommates that can't have cream cheese frosting. I will absolutely make this again! 

I made the cake as directed, omitting the nuts, as we don't all care for nuts in cake.

My cake only sunk a tiny bit. Also, I took the cake out of the pan and put it on a cutting board, then iced it. 

thank you!
FABULOUS! i made this a layer cake w/ 2-9in cake pans and doubled the frosting. everyone raved at easter and told me that i could sell this cake. so full of flavor, moist and yummy!
This cake was delicious! I couldn't eat just one piece! My icing was a little thin but I think that may have been because I added food coloring, which thinned it out some. Either way it was still extremely moist and tasty!
My husband has been requesting carrot cake for a while now since its his favorite. I have never been a big fan of it but I finally decided to try this recipe today. And OMG this is good!!! I followed the recipe exactly and it was so easy. The middle sunk in just a tiny bit but not enough to notice once iced. The icing is wonderful too! I am waiting for DH to get home so he can taste it! Thank you for the recipe. Absolutley deserves 5 stars!
Very good Carrot Cake, I skipped the Nuts and the Pineapples though as I did not have any Pineapples handy and I Hate crunchy stuff in my cake :)

I will make this one again for sure. Great to take a piece to work the next day.
I can't believe I haven't rated this yet. I've made this several times at the request of friends and family. They certainly seem to love it. I made it exactly as directed. It is the moistest cake I've ever made. The only thing that surprises me, and it isn't a bad thing, it is that the batter is so incredibly "thick". I find myself double-checking my measurements because it is not thin like most cake batters.
This was only my second time baking a cake from scratch and I was a little nervous. My husband only eats carrot cake from Baker's Square, but I wanted to be a little creative for his bday this year, so I tried this recipe. Made a 2-layer cake (I needed to add some extra sugar to make the icing stiff and toasted some coconut to put on top of the icing) and he ate all the cake but 3-4 slices and asked me before it was gone if I could make another next week. Rave reviews all around!
This was our Easter dessert and there is only one word for it, YUM. The cake was really moist but interesting because of all the good stuff that was in it. We followed the recipe exactly with one exception. We substituted dried cranberries for the nuts. Actually, there was an inadvertent change in that I didn't read the instructions carefully and forgot to drain the pineapple. The cake was still light and fluffy, moist and really tasty. It didn't fall in the middle as it cooled either! We tinted the frosting green and had a wonderful celebration. Thanks for posting this recipe!!
This is the best carrot cake ever! My family begs me to make this and, every time I do, others ask for the recipe. Everyone who tastes this remarks that it is "to die for" cake. This is a fabulous recipe!
you have a wonderful commemorative recipe! this cake was the piece de resistance of our dinner last night. the thing that tipped the scale to make this our new favorite recipe for carrot cake, was the addition of the coconut - which my husband just flipped over. i was faithful to the recipe except instead of 2tsp cinnamon i used 1 1/4tsp each of cinnamon and nutmeg. for the frosting i used neufchatel cheese and lowfat butter (also added 2tsp vanilla extract) and it didn't compromise the taste at all - in fact it was, errr....literally the icing on the cake.
what a forgiving recipe! makes a huge amount. if i was being sensible next time i might half the recipe and use an 8" square pan. i used slightly melted margarine since i was out of canola oil and swapped the walnuts for raisins due to allergies. i was also out of vanilla so i skipped it. i only baked mine for 40 min but it turned out a little dried around the edges. next time i might do 35 instead. turned into the most perfect bakery-style carrot cake you've ever had and i bet it would make good cupcakes/muffins too. will certainly make again!
Wonderful cake! I left out the coconut and reduced the nuts to 1/2 cup. I used store bought frosting to save time and I think next time I would use matchstick carrots and just chop them a little to avoid the hassle of shredding carrots. Mine didn't fall in the middle really, was a little low in other spots but it wasn't noticeable. Also mine was done around 35 minutes. Will definitely be making this again!
This is the best carrot cake I have ever had! Everyone loved it! Thanks for sharing!
Excellent carrot cake!! A keeper of a recipe! Thank you!
I made this for the second time now, its such a great carrot cake!! I used the icing recipe listed here plus an addition of a tsp. vanilla and a table spoon of cinnamon. The flavor went well with the cake. Thanks for posting this!
oh yum! This was my first try at carrot cake and it turned ou great. I used coconut oil instead of the veg. oil to make it a little healthier. Thanks for this recipe. I will never use a different carrot cake recipe-no need.
Very moist and yummy. I did not include the coconut, because I don't like coconut. Everything else remained the same, and it was delicious.
I've had this recipe in my cookbook forever so I decided now was the time to make it :) It was very easy to put together and the flavor is great. I made it in a 9x13 pan. I made the frosting as well and it complements the cake very nicely. I did omit the coconut because of personal preference but otherwise made as posted. Thanks for posting this!
I was looking for a carrot cake to take to a dinner, and this did not dissapoint! it was moist and delicious! I followed the recipe exactly. I have always liked carrot cake but found it too dry.. this was excellent!
excellent cake! I made it and froze it. Hauled it 4 hours in a cooler to the lake for my mom's birthday. Make and brought along cream cheese icing and smeared that on just before I served it. The cake was so moist and flavorful. The coconut and pineapple added so much to it. I left out the nuts....my brother doenst like walnuts. My mom loved it, came home with about 4 pieces and those are gone now too. Thanks Lennie...definate keeper!
I made this for Easter and absolutely loved it! It was just enought frosting for a 9x13 sheet cake. I would double the frosting if I were to do a two layer cake. Thanks for the recipe
This recipe is why I love Food.com!<br/>Moist, easy and guaranteed to be loved by everyone.<br/>As its so moist it does tend to go mouldy after a few days so best not to bake too far ahead of time, but usually none left after day one anyway so should not be a problem!
I don&#039;t really like carrot cake, and my husband generally won&#039;t eat it, but when our CSA gave us carrots, I found this recipe.&lt;br/&gt;&lt;br/&gt;Wow. It is amazing. Even my non-carrot-cake eating husband loves it. I could take or leave the frosting, but that may be personal taste, as I don&#039;t like frosting in general.
I made this cake for my dad's 75th Birhday this weekend and it was a big hit. It was all gone. I followed the recipe exactly and wouldn't change a thing. Kids even loved the cake! Great Recipe!
You need look no further for a carrot cake recipe. I made this as cupcakes baked for 22 minutes. I subbed raisins for the nuts due to allergies. Made as written otherwise, I will use half applesauce and half oil next time. Thanks for an excellent recipe. Edit: I have made again as a cake to rave reviews.
This recipe got me started baking, it is absolutely perfect! My whole family has me making it for every birthday and party now! I usually use 2 x 9 inch round pans but have lately made little traybakes with a traybake pan I got out of Lakeland. It makes around 28 of them, takes 18-19 minutes in the oven (to anyone who also has this particular traybake pan) and comes out in delicious little portions. You'll also only need about half the frosting recipe (which is delicious). Huge hit, and I guarantee everyone will be taking at least 5 each! Thank you so much!
This cake is AWESOME!! I can't say enough about it. Delicious, moist, wonderful!
Yes, this is absolutely the best carrot cake I have ever had. My husband always swore he hated carrot cake, but now he's this recipe's biggest fan. Thanks!
Made this for dessert to a dinner I was invited to. Got so many great compliments. Felt so good. I&#039;ve been asked to bring more. :D
Maybe I've had some awesome carrot cake in my time or perhaps I just prefer a different flavour to mine... but I wasn't blown away by this recipe. It was alright but not WOW.
It doesn't look like this recipe needs another 5 star review, but it's getting one anyway! I made this for my parents when they came into town and everyone loved it! My favorite way to eat homegrown carrots! Like some others I used applesauce in place of the oil which may have lightened the texture a bit, but it was still fantastic!
My husband is a huge fan of chocolate. He wont even try any other kind of cake. The day after I made this I made him try a bite. He LOVED it! I must say it is a good cake the day you bake it but it is soo much better the next day. My mom came over and stole a few pieces to take home with her. Thanks for a heavenly recipe.
This is the second time I bake this cake and it has been wonderfull both times. I have used half the quantity of oil and half the quanity of apple sauce as suggested by someone. I reduced the sugar to 1 cup, and put half a cup of coconut, half of pineapple and half of nuts. WONDERFUL CAKE. For the frosting I used 1/3 less fat and I didn't use the 2 cups of icing sugar. It is too much and with 1 cup it is already too sweet to me. So, if you are not too sweet you can reduced that as well. THIS IS MY FAVORITE CARROT CAKE EVER! Thanks for the suggestings of all the reviewers and of course thanks to Lennie!
This is the very best carrot cake I have ever made. So moist. I would truly recommend it. Everyone that has tasted it loves it.
This was definitely a 5 star+ recipe. I made it with all the said ingredients(except coconut, because I didn't have any, also I used chopped macadamia nuts) and it came out just heavenly! I used the frosting with powdered sugar (not sure if that's icing sugar?) and it was very good as well! The only thing I would do different next time is leave out the pineapple do to my family's preference. This is a keeper forsure! Thansk for sharing!
This recipe turned out pretty well. I followed the recipe exactly, and the cake is moist and soft. I would prefer it to be a little sturdier, since I'll frost it; the chunks are held together with a rather delicate batter, which tears easily. The amount of carrot in this cake makes the flavor very carroty, and the texture interesting; that's my favorite part of the cake. Would use this recipe again for muffins, and not frost.
This cake is wonderful! It's moist and flavorful. The only change we used was to replace 1/2 of the oil with applesauce and it was still fantastic.
This was very good and very moist. The flavor is wonderful. Watch the cooking time closely. make sure to use the tooth pick test for the center of the cake. This will go into me "go to" recipes. Thank you for posting.
So delicious! Made for my roomates birthday yesterday and it is almost all gone! The only things I did differently was i made w. 1 cup applesauce instead of oil (couldnt even tell), left out the walnuts (not a fan of nuts in cake), and added abt a tbsp of vanilla to the frosting. Also made it in a bundt cake, had to bake for 55 mins. Can't wait to make another one!
I made this cake for Christmas eve party, it turned out to be less moist than I imaged it would. Guests still loved it but next time,and I will make it again, I will bake at 325 for a little less time. Great combination of flavors.
So easy and SO delicious! Thank you... loved the icing too!
Fabulous! Made this cake for a baby shower and it was a hit :) I added pineapple (drained well) to the frosting and a bit more powdered sugar (for thicker consistency). Yummmmmm!
This was a huge hit. Made it for my boyfriend and him and his room mates all loved it. I'm sure I will be making this a lot.
My first carrot cake...amazing! I messed up the icing by putting too much almond extract from another recipe...but it was great!
I have been craving something sweet, and this went above and beyond what I was looking for!!! Carrot cake is one of my favorite cakes, and I cant believe I just made it, it so so easy!!!! THANKS FOR THE GREAT RECIPE!!!!!
with name like that, I had to try it! I slightly modified mine with Egg Beaters (ran out of eggs), and added 1/2 teaspoon of pumpkin pie spice and 1/2 cup of raisins, They made 12 crowned large muffins and 18 mini-muffins (my 2yr old and hubby love mini-muffins)---texture was amazing, very moist and full of all kinds of good-stuff! Thanks for sharing! This s a definate keeper!
This is an amazing carrot cake. I absolutely L-O-V-E it! I made this exactly as directed for my sister's birthday and it was gone in moments! Even her super-picky-I-don't-like-anything kids ate it up. THANK YOU for posting, I will use this recipe for years to come!
I don&#039;t know why, but I followed the directions to a T and ours came out with a metallic taste. I baked it in a glass 9x13 baking dish, so I know it wasn&#039;t a taste from the pan. Also all of my ingredients were new, so it wasn&#039;t because of old products. I had such high hopes for this cake, but it just didn&#039;t fill the bill. I hope others continue to have better luck than I did with this cake.
Good. I was asked for the recipe.
My Bestie requested a carrot cake for his birthday so I pulled up this recipe to try. It came together beautifully. I panned it up in 2 8 inch rounds, turned around and saw the pineapple draining in a strainer. I cooked it off and frosted it anyways. Surprise, Surprise, it was fantastic!!! This goes in my Holy Grail cookbook for sure!
So very good! Better than any I have had. Thanks so much for the recipe!
I made it for a potluck today and everyone at work loved it! My manager that is often very picky just couldn't get enough. I made 2 8" pans and used cream cheese frosting. This cake is so moist and delicious that I will be making it again pretty soon.
Loved this cake! We thought it was better the next day. Can't really add anything that hasn't already been said. Thank you for this great and easy recipe.
Great carrot cake! I didn't think I would like the pineapple, but I really enjoyed it along with the addition of the coconut. I used two round 9 inch pans. Making it as a layer cake required more icing.
Delicious!! I used applesauce instead of oil. This was well received (even by those who said they hate carrot cake)!!!
UPDATE...I have made this recipe countless times (half by request, half cuz I want it!) Always AMAZING! Bakery (fancy bakery) Quality!
This cake is well decorated and looking very attractive, The recipe of this cake that you given is also very simple and easy to bake it. Today we will make it. Last time i made such beautiful cakes from CakenGifts.in
I even used whole wheat pastry flour and it was perfect! I also added 1 cup of raisins. Everyone raved about this recipe. My spouse, my dad, my kids, my son-in-law! Thank you!
Excellent! Very easy to put together too, which is a bonus. I followed the recipe as it read, used preshreded carrots, but will try the applesauce next time to lower the fat. I did use low fat cream cheese and added a spash of vanilla when making the icing. I agree this would be good even without the icing - but cream cheese frosting would make anything taste good so add it!!!!
I made this for my Easter party. Everyone raved about it! I doubled the icing recipe to make sure I had enough. I'm glad I did because I wouldn't have if I'd gone with what the recipe makes. I cooked the cake in two 9 inch cake pans, stacked and iced. It was a lovely cake and tasted so good.
This cake was amazing! So much better than any store or bakery bought carrot cake. I made it for Easter and everyone loved it. I love how coarse the cake is with all the nuts and coconuts. This is will be our new Easter tradition and a go-to dessert recipe for company and dinner parties. Thanks for sharing!
DH and I baked this cake together and it was very easy. The cake was lovely and moist; it had great flavour and texture. I did add a touch of vanilla to the icing, but otherwise followed the recipe exactly. DH thought the icing was too sweet for his taste, but I thought it was perfect. We both give this cake 5 stars! It is a great starter cake for those of us who don't have a lot of experience with carrot cakes. I look forward to experimenting with more spices (allspice, ginger, nutmeg, etc) in the future. Thanks for the recipe!
My DH loves this cake. To me, it is good in flavor but the crumb is a bit dry. The next time, I will reduce the baking time by 5 minutes to see if that will help. Thanks.
BEST CARROT CAKE EVER! My family members rquest this cake for their birthdays.
My mother just celebrated her 84th birthday and has had a carrot cake every year. She lives with me now, and I decided to give this one a try. She was absolutely swooning.....said it was the best carrot cake she's tasted in over 3/4 of a century. I'm not a big carrot cake fan, but it was super moist, not too sweet, and really satisfying.
great cake,I make it all the time
PS 350 F is 180 degrees C
I was a little nervous preparing this cake, as it was my first baking experience outside of a store-bought box. The end result? Perfection!! I received SO many compliments, the frosting wasn't too sweet or overbearing, and the cake was incredibly moist and flavorful. Carrot cake has always been a favorite for both my boyfriend as well as my roommate, and not only did they LOVE it, the cake made a fan out of me! It will definitely be a repeat.
The carrot cake was good. My BF doesn't like carrot cake, but enjoyed this. I love carrot cake, but for me, this was as good but not better than my version of a store bought mix because I always add coconut and pineapple to those. I increased the baking powder, left out the nuts, increased the carrots by about 1/2cup and very slightly decreased the oil. I like the way the cake rose with the extra baking powder. Next time, I will blend the pineapple as another reviewer suggested. I used quality pineapple, but there were still some hard spots.
My daughter (26) requested carrot cake for her birthday and this is the recipe I decided to use. I followed the reciped except cut the oil in half and substituted 1/2 cup applesauce...you won't miss the oil -it was a very delicious moist cake with wonderful flavors and textures. Even my son-in-law who doesnt' care much for coconut loved this cake!
"It couldn't be any better," said my mom. I made two 9" cakes to take to dinner. One had walnuts the other had no nuts and I substituted applesauce for the oil. The low fat version was just as tasty and moist as the cake with the oil. I couldn't believe it!!! My family agreed that this recipe is a winner and we will only use applesauce from now on.
This is the best carrot cake I have ever had!!! I don't really like to mess with recipes when it comes to baking, but I did use 1 1/2 cups sugar instead of 1 3/4 and it still came out plenty sweet. The baking time in my oven was 55minutes but that may just be my oven. For the frosting, I found that using the exact measurements made the frosting kind of thin so I added more powdered sugar to thicken it up. This cake was beyond perfect! THANKS FOR POSTING!!!
An excellent cake, though I made some amendments out of choice and some out of necessity! I used half oil and half applesauce, half brown sugar & half white, a little fresh nutmeg, partially subbed white whole-wheat flour, and omitted the nuts & coconut - I used a 20oz can of pinapple chunks, drained & cut into smaller pcs, and baked this as three 8" layers - and I will definitely make this cake again - it was moist with a perfect ratio of carrot to cake and I am extremely happy there was some left over from my birthday party! (the frosting is delicious as well and I was able to do a generous coat on all layers & the sides.) Thank you!
Hi Lennie,<br/>This amazing cake has gone to the top of my list for carrot cake to be sure. A real company pleaser as we are country folk and people drop in all the time this went over really big! I loved the pineapple next time I will use fresh pineapple! Update: we use fresh pineapple all the time and leave out the coconut add about 1/2 cup raisins. and we either bake the cake in 2 x 9" rounds and pecans instead of walnuts but we do like the walnuts too. I guess we have made this cake at least 50 times as my DH loves this cake and so does our company! Many thanks Lennie for sharing another one of your great recipes. <br/>Thank you for posting.
I cannot say enough about this cake! This was the first time I had ever made a carrot cake from scratch...and I can tell you that I will NEVER make a box carrot cake AGAIN!! This was the most delicious carrot cake I have ever had. Every single person who ate this cake said the exact same thing. Delicious
By far the best carrot cake there ever was, and I've tasted them ALL! I made it in two 9" rounds and it worked beautifully. I used shredded coconut, added a cup of golden raisins, 1/2 tsp. of ginger, left out the nuts, and used a store-bought cream cheese frosting because of a milk allergy. Also, I didn't read to drain my pineapple first and it still turned out perfectly--no falling. A+++!
This cake was good, but not great. I followed the recipe to as stated and although it came out moist, it lacked that Ummmmmmm factor...
Holy Moley! This cake is delicious! It's got a great texture and it's nice and dense. I made this for my father's birthday and both my parents raved about it. I definitely recommend making this!
I took this to a party the other night, and, to my surprise, it went like hotcakes. I made it without the coconut and with 1/4 cup less sugar, but otherwise followed the recipe exactly. I also used a different recipe for the icing, and as a finishing touch, encrusted the sides with chopped walnuts tossed with sugar and cinnamon. I will make this moist and highly flavorful cake again and again!
Best ever.
This was the best carrot cake that I have ever had!!! Thanks so much for the recipe!
Looking for a delicious cake recipe and came across this one. It looked like a carrot cake recipe I had clipped from a magazine many years ago, so I thought I'd check to see how it was different. I discovered it was the same recipe (although the frosting uses only 3 oz. of cream cheese), but noticed the directions were a little more specific for the cake. My recipe says to use sifted flour and then, before adding wet ingredients, says to sift flour, baking soda, baking powder, salt and cinnamon into a large bowl. Thought I would mention it as I think this helps to assure all of the dry ingredients are mixed thoroughly. Additional comment (next day): Another change, I think that makes the directions clearer is to use sifted confectioner's sugar (called Icing sugar in the recipe) and also add 1/2 teaspoon vanilla. It made a nice creamy easy-to-use frosting. I made my cake in two 9-inch round pans (baked for 40 minutes) and had plenty of frosting (using the 8 oz. package of light cream cheese) to frost both layers.
Ever since my Mother in Law passed away and left me an incomplete carrot cake recipe (she left something out when she gave it to me!), I have been searching for a perfect recipe to compare hers with. This recipe was everything I hoped for! The only thing I will change next time is maybe draining the pineapple a LITTLE bit less or using a tiny bit more pineapple. I remember her carrot cake being slightly more pineapple-y and moist. This recipe was amazing though.... thank you so much!
Perfectly lovely carrot cake! This cake is moist, rich and very satisfying. So much so, in fact, that I've no need to look any further for my favorite carrot cake recipe. I used four medium-large sized carrots, substituted applesauce for the oil and omitted the nuts (I used pecans to garnish the outer edge of my frosted cakes instead). I baked at 325 degrees and came out with two perfectly flat and beautiful rounds. I used the frosting recipe, as it is the same one I normally use except I add a splash of vanilla. Thank you SO much; this cake made our Easter festivities special.
WOW! I have never made a carrot cake before. I followed the recipe exactly except I added a little apple juice to get the batter to the right consistency. Delicious! I made it for my husband's bday party 3 days ago and people are still talking about it. I have to make another one because it was gone instantly and my husband wants one for himself.
Cake is a dessert... and when I eat dessert, it's my treat for the day and I don't want to reduce its sweet richness by substituting oil for low calorie options like applesauce, nor do I want to start halving the amount of sugar! I made this cake the way it was intended by following the recipe exactly as written. I loved it and my guests told me it was the best carrot cake they had ever tasted. One reviewer said the cream cheese icing was too much. Not a chance - a thick,mouth-watering layer is best! Thank you for this 5-star recipe.
The best carrot cake I have had yet! I left out the coconut for personal preference, but an excellent cake.
We topped this with pepitas and diced dried appricots a great cake
This was amazing and people kept asking for the recipe. Used less oil and more applesauce like the other reviewers suggested. Gobsmacking! :P
I agree with everyone else; this is a wonderful cake. I didn't drain the pineapple, just used the 8 ounce sized can. I also just used the walnuts as garnish since everyone eating the cake did not like walnuts. Furthermore, I just sprayed Pam on the pan without greasing and flouring and it came out super simply.
Wow wow wow. I don't recall liking carrot cake because it was dry and flavorless. This is my new favorite cake. SO moist, flavorful and delicious. I used 100% Whole Wheat flour, reduced the sugar to 1 1/4 cups in the cake and 1 cup in the icing. Freezes beautifly in individual portions with wax paper gently placed over icing. Oh, and I topped it with a sprinkle of ground flax seeds which was very pretty and not flavor altering. VERY VERY TASTY.
Best carrot cake I've ever made! Thank you! I used white whole wheat flour and applesauce instead of pineapple. And I doubled the cinnamon. It was delicious!
this is the first carrot cake i have ever made. easy recipe to follow, nice moist cake. a little oily and heavy though. also the shredded coconut makes it not the easiest or prettiest to cut. i think im just not a fan of the coconut and pineapple in a carrot cake. im sure alot of people would love this, but im just not one of them.
Wayy better than storebought carrot cake. First time ever making or having homemade. Made it for my little brothers birthday. I also used my own frosting recipe.
I just made this for the 2nd time. First time i made a large cake, this time I made cupcakes. Absolutely outstanding. I made the cake mix exactly to the recipe. The quantities in this recipe made 26 cupcakes (although 2 disappeared during the baking process.... hehe). This meant I had to make an extra half batch of frosting to cover them all. I&#039;ll be making this again no doubt. Fab!!!
Great recipe. Love the flavor. It just seems to taste better with evey bite. Thanks Lennie :)
My son always requests my carrot cake for his birthday...have used the same recipe for thirty years....but this recipe is outstanding.....used half applesauce and half oil and no coconut.....was fantastic......this is my new recipe for his birthday from now on.......you must try this recipe......WONDERFUL....
Great Cake and I did not totally change around the recipe like most of you have. I stuck to the recipe because it's their recipe ! If your going to change ingredients come with your own and re-post. Thanks Lennie
I’ve often wondered, why is so much oil in the carrot cake? I’m trying to cut down on fats (I know this cake ain’t the dieter’s delight) But isn’t there a way this cake can be modified to be less caloric?
Winning recipe Lennie!
I've made this cake many times. I recently made it for a friend who loves carrot cake. She said it was the best carrot cake she had ever had! I happen to agree with her.
These were OK for me, I made some for my DD wedding I lightly burnt all but 4 cupcakes out of two batches (not the recipe's fault). Fearing bad cake Karma I switched recipes and the other was far better thought the ingredients were similar. I found this too be a little heavy, almost more muffin than cake.
Loved it. I added twice as much pineapple and the result was delicious. I also ommited the walnuts, as I didn't have any. No problem here! It was perfect w/ homemade cream cheese frosting (my own recipe.)
awesome cake!! my first carrot cake ever n it turned out totally fantastic n moist. i omitted the coconut though but followed the rest of the recipe exactly. loved the taste of cinnamon.
This is great carrot cake. I had a recipe like this from Taste of Home magazine (maybe the same?), and we LOVED it. We moved recently and I'm not sure where that magazine is, so I went searching here on 'zaar looking for something close. Well, this definitely filled the bill! Everything in here works so great together, and it came out so moist and delicious. Great the first day, but stupendous the next, after being in the fridge overnight. Thanks so much for posting this!
I made this in a heart-shaped pan for my husband's birthday (carrot cake is his favorite)-- he loved it! I used applesauce instead of oil and had only about 3/4 cup of walnuts so I added about 1/2 cup of rasins. I'll be adding the rasins again in the future, it added some extra bursts of sweetness. I didn't have the cake fall in the center at all. I added a bit of vanilla- maybe 1 scant teaspoon - to the frosting as another reviewer suggested. Yum!! Thank you, Lennie, for sharing this.
I made this for Gato's bday party. It was enormously popular and several people asked for the recipe. There was not enough to go around! I used 1.25 tsp each of cinnamon and nutmeg, and I baked into 2- nine inch (dark) round pans at 350 for 40 minutes. They were perfect. They do dip slightly in the center, but not enough to ruin the layer cake's appearance - just be sure to put the two tops together as the middle of the cake. I doubled the icing to be sure there was enough to cover the center and the sides. There was some left over, but one wouldn't have be enough. Thanks for a great recipe that will be made again and again. ETA: 08.30.08 For an engagement cocktail party this time. Mini cupcakes - 350 for 12 min - use a rounded TSP only, as they rise. Otherwise, great finger food dessert!!
I left out the pineapple by mistake, but the cake was very moist! After one bite my fiance (and his mother) both agreed that I should make this one again!
Thank you Lennie! I've been looking for this recipe for years. This is a very moist cake with lovely balance of flavors and textures. It freezes well (unfrosted). I made some adjustments: substituted 5 spice powder for half of the cinnamon because my original recipe had cloves and cardamom; applesauce for half of the oil; and golden raisins (sultanas) for half of the coconut because my DH loves raisins. I baked it in 2 layer pans for 25 minutes, and they were perfectly done, no sinking in center. I frosted and served one layer on a dessert buffet at Thanksgiving; froze the other layer and served it at Christmas. It was just as lovely as the first.
SOOOOO YUMMY!!!! I did alter the recipe a bit. I added 1 cup of applesauce in place of oil. I'm not a health nut, but the idea of a whole cup of oil seemed a bit excessive. And I didn't have walnuts so I added a cup of white chocolate chips. It's really the only other thing I had. :) Other then that I did what the recipe asked. So amazingly yummy. Oh and I really, really enjoyed the frosting. I will be using that for other cakes as well.
WOW!!! I never thought I'd be able to make a carrot cake this yummy, the best I have ever tasted by far, this recipe is definately a keeper, thank you very much :-)
This cake was excellent. I actually used a tub of cream cheese frosting. I made the cake as directed and will definitely make again.
Very good carrot cake we really enjoyed it.
Hands down, this is the BEST carrot cake I've had...ever!
Very moist with wonderful flavors! I made this for my husband's birthday, and everyone loved it. I made 9-inch layers, which did dip a bit in the middle (I think because the carrots I used had a lot of moisture). The cake, once frosted and decorated with toasted coconut around the side, looked and tasted like it was made by a professional. I used a different cream cheese frosting (Recipe #55530), which was barely enough to frost the entire layer cake. EXcellent recipe! Thanks for posting!!
Our daughter has Celiac Disease. We're having the family here for Easter, so thought I'd try your recipe using Gluten Free Flour. I did add the baking soda and salt. I baked, as I always do when baking a pie or cake, a small cake along with the big cake. That way I can always sample a recipe before hand. It turned out wonderful and very moist. I'm guessing the crushed pineapple helped with that. Thank you so much for your recipe.
Awesome cake. I followed recipe except for adding a tsp each of nutmeg and ginger to complete the awesome flavor trio of cinnamon/nutmeg/ginger. It was plenty sweet, NOTE: sugar can be reduced. Will make again with 1c sugar.
Excellent cake. I subbed the walnuts for raisins. I just prefer raisins in carrot cake. For the frosting the only thing I did different was to add a couple tablespoons of lemon juice and a bit more icing sugar to make up for the extra liquid. I think the lemon really compliments this cake. Definite make again. Thanks Rita
Although I made some substantial changes based on personal preferences and suggestions from other reviewers, this was definitely the best and most moist carrot cake I&#039;ve ever had. I reduced the oil to 1/2 cup and added a cup of apple sauce. I removed the pineapple and replaced it with 2 heaping tablespoons of marmelade. I replaced the walnuts with pecans. I also reduced the sugar to 1 cup. I baked it in one round cake pound for 45 minutes and it was just right. The frosting was perfect although I did have a little excess.
Awesome Cake. I did make some changes though. I do not have much of a sweet tooth, so reduced the sugar to 1 cup.

I used 4 teaspoons of baking powder total as I was out of baking soda (took another reviewer's idea).

 I also omitted cinnamon and pineapple as i did not have them handy (will make the cake again with these) . I also added 2 tsp of orange essence instead of vanilla, which gave the cake a nice citrusy flavor, and it goes well with carrots. I did not frost the cake. It is really the best way to eat carrots :). Thank u so much for posting.
Oh my goodness, this was my first attempt at carrot cake and I will look no further! It was amazing. My husband simply loves carrot cake and said it was the best he had ever had. The pineapple made it so moist. It's a keeper!!
I made this last weekend for my sister in laws birthday! It was incredible! I added 1/2 of carrots to the already 2 cups to make 2 1/2 but besides that everything was the same!!! SO GOOD! It was gone within 5 minutes! I've had several requests for birthdays within the last week! THANKS!
Unlike Kasha, I believe that life is too short to diet! (I'm not fat either!) THIS is the carrot cake I've been keeping a secret for years!! Yes, I have the recipe, don't know where from. It NEVER flops and is always delicious. I use 4 teaspoons baking powder instead of the soda, and I add 1 teaspoon "mixed spice" and 2 teaspoons vanilla. But basically my old-old recipe is the same. A winner and the only carrot cake recipe you'll ever need. I was about to submit mine ... good job I saw this "twin", or we might have had another duplicate!
Excellent Carrot Cake! So moist and delicious! The frosting is a perfect combo for this cake. It was gone in one day believe it or not!
I made this for Christmas dinner...and it was the best carrot cake I've ever tasted.
I just made this recipe yesterday and I really enjoyed putting everything together. I baked mine in a bundt pan and put the icing in a crystal bowl beside the cake so my family could ice the cake or not ice it, whichever they wanted. I can't comment on the icing because I didn't get to make the one with the recipe. Our internet was down and I couldn't look it up the way she made it. My mother said it was really good and was better to her than other carrot cakes she had eaten. Oh, yeah, it has to bake much longer in a bundt pan...I had to do about 35 mins. then instert a toothpick and it was still not donw. I baked it about 20 more minutes and our oven bakes FAST so keep a check on yours. I will definitely make this again!
I thought this was really good. My family wasn't so enthusiastic but I don't think it was this carrot cake just carrot cake in general. I added a bit of vanilla extract to the frosting and I loved that it was such a cream cheesy frosting. YUM.
Oh my! Back away from the carrot cake! This was absolutely finger licking good. The feedback I got from several was "this is hands down the best carrot cake I have ever had". I made it this past Mother's Day and it was a huge hit. The only tweaks I made to this was to omit the pineapple because I didn't have any on hand and I added about 1/4 cup of raisins. I've been asked to make it again for a family gathering coming up this weekend. p.s. I didn't have the problem another reviewer had with not having enough frosting for two 9 inch cake pans.
I keep forgetting to review this but it is a treasured recipe! Thank you.
Holy cow this was good. I actually used Spenda to cut back on the sugar and no one noticed at my Dad's b-day party. Super texture. Loved every bite!
Amazing! This was my first attempt at a real homemade carrot cake. It was so easy, and yummy! Love the frosting too!! Thanks for a great recipe!!!!! It's a keeper!
This carrot cake was to die for.I made it for my husband's birthday aand everyone loved it.My 16 year old step daughter had difficulties eating with her mouth closed,witch never happens normally, because she was like "OH MY GOD THIS CARROT CAKE IS SO GOOD".My neighabour came over the next day and I served her a peice.As she was leaving she said that If I opened a restaurant she will be my first customer.It was just carrot cake ,but it was by all means out of this world.Thank you.
Wonderful, moist cake! I loved the pineapple in it. Decreased the coconut just a litte (personal preference) but it came out just perfectly. Thank you so much Lennie. Made for Zaar Chef Alphebet Soup game.
I made this cake for Easter and everyone loved it. I thought it was easy and held up well even when made the day before. I did two 9 inch layers. The frosting does not make a lot, although it is good. Seemed like more of a heavy glaze than icing. But overall it got a lot of compliments. Mine did not sink at all. Time saving tip - you can buy carrots already shredded in a bag in the produce department.
I decided to make this for Easter and it was the first time that I have ever made a carrot cake. This is just the best!! Very moist and everyone loved it. Made exactly as written. So easy! This has become my new obsession.
i find the cake really delicious. this will be the recipe for carrot cake i pull out from now on. have sampled a few recipes, and this is the best so far. i think the coconut adds that certain extra something, definitely. thanks for the great recipe!
Excellent recipe! My father said it was better than my mom's carrot cake that she is "famous" for! I cannot wait to make this again but have to wait till I burn all the calories from this one. Made it for my hubbies birthday party and it was a hit! I did 1/2 the sugar in the frosting and added a dash of vanilla. EXCELLENT RECIPE!! Thank you!
WOW! This was great. I forgot to addthe coconut (will next time) but it came out perfec t. i made this in 2 8" pans and frosted with 2x the frosting. Nexttime I will use 1 1/2 the recipe. PERFECTO! No need to search for a better cake. My grandmother made the best carrot cake, this has replaced that one. try it, you will NOT be disappointed!
BEST cake I have ever baked! I was really surprised at how MOIST this cake was (specially being a carrot cake..). Easy &amp; no fuss! (next time ill get the man of the house to grate the carrots ^^.. which is the only time consuming thing)&lt;br/&gt;&lt;br/&gt; I baked on a 23 cm round tin (tall one! this cake will raise!) 45 min exactly and it was just perfect, no sinking, no nothing. &lt;br/&gt;&lt;br/&gt;For the recipe I followed the suggestions and did: &lt;br/&gt;1/2 cup Oil + 1/2 cup Apple Sauce&lt;br/&gt;1/2 cup Coconut only (as I was afraid it would make the cake dry).&lt;br/&gt;&lt;br/&gt;For the pineapple I drained one of those small cans of chunks in syrup and passed it (pureed it) through the food processor (as they felt a bit hard).
OH Boy was this a huge hit at our Christmas Eve dinner!!! It was the star of dinner! There were nothing but "MMmmmmmm's" as everyone from young to old took their first bites! I was a bit worried to throw caution to the wind and take a dessert I had never made before, but I'm glad I trusted the 180 reviewers because it is an absolutely delicious and impressive cake!!! Be ready to be showered with compliments if you take this to a gathering!!!!
OMG!! This is the best cake I have EVER made! I used 1 cup cake flour and 1 cup all purpose flour. Only added 1/4 cup walnuts and 3/4 cup coconut and it turned out absolutely unbelievably amazing!! So moist and delicious. Will definitely make again. Thank you!!
I'm not sure what another 5 star review is going to do for something that is already rated so high, but I'll give it a shot. I thought this cake was outstanding. I love carrot cake and I think I am a good judge of a quality cake. I did make a few changes. First, I hate walnuts so i substituted pistachios. I skipped the coconut, because I can not see a purpose other than an extra flavor to distract from the already solid flavor foundation. I also added some fresh ground nutmeg and some ground ginger since I think they are good complimentary spices. Now the frosting is insanely good. I think it will go good on anything. Cake, scones, muffins, spoons, fingers, maybe even a steak. All in all, this is a great recipe and I know why it is so highly rated.
This was my first time making carrot cake & it was awesome! I made it for my moms bday this weekend & it was a huge hit! Even my sister who said she didnt like carrot cake went back for a second piece!! Thanks for the great recipe!!
Perfect! I followed the recipe exactly! My family (there's only 3 of us) ate the whole cake in 2 days! Thank you for a wonderful recipe!
This carrot cake has made me love carrot cake even more! I do tend to cut 1/2 the sugar & sub whole wheat flour for 1/2 of the APF. I have made it with applesauce (no sugar granny smith) instead of oil & that was quite yummy :) Due to guest requests today will be my *3rd* since Christmas! I bake it as 2 9" rounds for a 2 layer cake for 30-35 minutes. I also toss in about a 1/4 teaspoon of nutmeg... Okay, so I fooled around a bit ;) Still make it as written too!!! Thanks for posting!
This was great! My Mom made it for my B-day and even my Hubby, who hates carrot cake, loved it! She did switch out the oil for applesauce and omitted the coconut.
Thanks so much for posting!
Could not possibly be better!
You know it. :)
Great my wife made this cake today and we had it tonight and it surley a keeper. Thanks you very much. You must try this for sure
My love of carrot cake was born with this recipe! I was never a big fan of carrot cake but it's probably because I was eating bad carrot cake all these years! It was moist and delicious and it was hard not to keep slicing off a small piece every time I passed the kitchen table. Adjust the frosting to taste. I don't like an overly sweet frosting so I didn't add all 2 cups sugar.
When I first made your carrot cake, my husband said it was too sweet for him. So, I cut down the sugar to 1 1/3 cups and added 1 tsp. nutmeg and 1/2 tsp. ginger as suggested by another reviewer. I also add about 2-3 T. of the pineapple juice and 1 cup of golden raisins. I leave out the coconut. For the frosting, I also cut down the powdered sugar to about 1 1/3 cups and add a splash or two of milk to make it more spreadable. We love this carrot cake!!!
Was in search of a good carrot cake recipe for my wedding reception and tried this one because of the number of great ratings it had. Used the recipe as shown but left out the nuts in my trial run. Have decided to use this recipe for my carrot cake cupcakes - the texture was perfect and the little cakes turned out exactly as I hoped they would - good rise but still solid cake, wonderful flavor. I will add nuts for the real event. Can't have a carrot cake without nuts! I haven't tried the frosting yet.
This was my first time trying carrot cake, baking and eating that is, YUMMY, best cake i ever had, this is my new FAVORITE cake, EVERYONE RAVED and begged my to bake more. Great recipe!
This is the best carrot cake ever
No comparison to any other that I ever had. Extremely easy to prepare, and if you don't like coconut you can leave it out (as I did). I have made this 3 times now and it always turns out perfectly.
In fact I'm going away for a few days and I'm leaving an entire cake with my husband so he won't miss me too much.lol
very good recipe,yummy!
I made this cake last night for a neighbor's birthday. Everyone that had a piece of it couldn't stop saying hooooow good it was. Now I am going to have to give her the recipe. I am definitely going to make this cake again. I used part oil and part applesauce to make it a bit healthier. I thought the nuts would be too much but it wasn't at all. The coconut added a realllllly nice touch. I think I doubled the frosting. It was SO good. I have left over icing in my fridge and plan to use it later this week.... I am thinking of making a cake for myself. :)
just perfect!
Extremely delicious and surprisingly easy for something that tastes so good. I've made this several times, to rave reviews. I scaled the recipe to make 8, and reduced the sugar in the cake to 1 cup and in the frosting to less than 1 cup. When frosted, the cake was definitely sweet enough. I'll definitely be making it again!
Baked this cake last night using splenda instead of sugar, and it rocked my family's world! Best birthday cake my Dad has had in a long time!
I made this cake in layers to take to my family's house for Easter dinner. Everyone said it was the best carrot cake they've ever had. I used half the amount of nuts recommended, added applesauce instead of crushed pineapple, and omitted the raisins as I'm not a fan and most people I know pick them out anyway. It baked in about 35 minutes for those that want to do layers. You can also stick a toothpick in the center to see if it's done. When the toothpick comes out clean, it's done.
Awesome!!!
I made this for my Dad's surprise birthday party and everyone there loved it, even the little kids! It was pretty easy to make and had an excellent flavor. I made the cream cheese frosting and it went perfectly with the cake. I really enjoyed the mix of pineapple and coconut flavor.
OMG I am not a frosting person at all the frosting is a perfect 10!!!!!!! I've not tired the cake yet, we are having company this evening. I will rate the cake in the morning but I'm sure that will be a perfect 10 also!! Thanks for a wonderful recipe!!!!!!!! This cake is to die for! our company enjoyed this just as much as we did. Thanks again! I made this cake for the fourth time today, we just love this cake!!!!!!!!
Made this tonight for my daughter's birthday. Everyone loved it! My husband who is quite a critic of carrot cake (loves it- but is picky) raved about this one. "I would love to have 3 or 4 more pieces of that, but I know I can't" was his comment. "That was OUTRAGIOUS" was my mother-in-laws comment.
I followed the recipe except that I used 1/2 cup oil and 1/2 cup applesauce instead of 1 cup of oil and I ommited the coconut as I'm the only one in the family that likes it in my carrot cake. Next time I will add raisins instead. I used the frosting recipe but added about 1/2 tsp vanilla and I sifted my powdered sugar so I won't have lumps. 
Definatly will make this again!! Very moist and yummy!
This carrot cake was absolutely amazing!!! Everyone loved it!!! I followed the recipe exactly even though I was a little bit nervous about the pineapple. The cake was very moist and had a great taste. It was so easy to make and I will DEFINITELY be making this again. This recipe is a keeper!
Amazing! Bloody marvellous!!!!!!!!!!!! REALLY EAST TO MAKE and has the best results!!!! left out walnuts as i knew my little ones would not be keen and we did not miss them even though I love walnuts. I know this will be made over and over.Planning on it for my easter cake this year.I did a 2 layer cake (2 round pans)with the frosting in the middle-yummeeeeeeeeeeeeeeeeee. Thank you!!!!!!!!!!!!!!!!!
This cake is soooo delicious! I'm usually a chocolate lover, but would go for this cake anytime! It turns out so moist, so full of flavor, and stores well. I had family and co-workers try this and everyone loved it!!!
This is a wonderful cake!! It is so moist and flavorful. I made it for my husband's birthday and he was thrilled with his cake.
I found this crumbled too much for my families taste, but my neighbour thought it was perfect. I think it was the coconut that made it crumbly.
A fabulous cake! Simple and such complex and delicious taste. I doubled the icing and had some left over after icing a double layer cake. I used some of it to make carrots on top as well. In my oven it only needed 35 minutes to cook and was almost on the verge of burning on the edges. This was my very first carrot cake attempt and everyone raved about it.
I made this for work as a birthday cake everybody just loved it it was a great hit, Thank you for sharing
I made this cake for a party yesterday and it came out AMAZING. I've made this before but this time I made it for 36 people and it still came out GREAT, the measurements were perfect. Everyone complimented me on how fabulous it was. You can't mess this cake up. Thank you very much for posting!!! :D
I discovered this recipe 8 years ago when I was searching for a carrot cake recipe for my husband&#039;s (then boyfriend&#039;s) birthday. I have made this carrot cake every year since! DH&#039;s birthday is tomorrow, so I am once again turning to my favorite recipe. The only change I make is to omit the nuts. Other than that, this carrot cake is perfect, always comes out moist and delicious. Thank you for sharing!
A great carrot cake recipe! Home made is always best!
This cake is sinful! First time making a carrot cake and this will be my recipe always, but without the nuts. I was surprised that a cake so delicious could be this simple to make from scratch! The frosting is great too, but not necessary. The second time I made it as a bundt cake and my DH loved it. I will make muffins next time I think. Thank you so much Lennie.
Wow! Everyone who tasted this cake could not get over how fabulous it was! I will say that I added a little more carrots than it calls for, I added about a tablespoon of flour to thicken the batter a bit & I didn't need all the icing. Those were minor, however. This cake rocks!
Love the addition of the pineapple and coconut - adds alot of texture and flavor. Excellent cake, but used my own frosting recipe.
Believe it. This is the ONLY carrot cake recipe you will ever need.<br/><br/>My sixteen year old daughter made this for my birthday a few weeks back, and it is incredible. Being the burgeoning pastry chef, she had the idea of including a few zips of lemon zest to the frosting, and added one more layer of flavor to this already delicious cake.
I added a teaspoon of nutmeg to the cake batter and reduced the beg. oil to 3/4 cup. I also added some lemon juice to the frosting which gave it a fresh "zing." This was perfect!
This cake was great. Everyone that ate it loved it. However, I did make some changes to make it healthier for my family. Here are the changes I made: I used whole wheat pastry flour instead of regular flour, 1 cup of brown sugar instead of 1 ¾ cup of white sugar, and ½ cup of oil and ½ cup of apple sauce instead of 1 cup of oil. I also used another frosting that was very similar it calls for: 1 8oz cream cheese, ¼ cup of powder sugar, and 3 tablespoon of orange juice concentrate. Thanks for the recipe, I will definitely be making it again.
Love, love, love this cake. I make this often, and everyone tells me it is the best cake they ever had. If there is any left over, I freeze it in single servings so on those nights my husband has a sweet tooth, he can just grab on out of the freezer, wait 15 minutes, and he is set.
Pretty good, but not what I expected. I think maybe my problem was that I didn't shred the carrots small enough. Also, the coconut I used had larger flakes than other brands I have used, so it made the cake crunchy. I think with smaller carrots and smaller coconut shreds it would be a lot better. It tasted like spice cake with extras thrown in. Maybe with smaller carrot shreds the carrot flavour would come through more? Also, I cooked it for 40 minutes and I think that was a little too long in my oven.
I have tried many carrot cakes recipes and I will stop looking!! This is the one. I love the density of the cake, the different flavors of the cake. I can't judge the icing as I used a different cream cheese icing recipe, but I am sure it is good. The one thing I did different was I left out the coconut and then after icing the cake I smoothered probably 2x as much all over the top of the cake. It was pretty and added a strong flavor element in each bite-yum :)
Thanks for posting this recipe, I loved it.
Seriously, this is the most perfect carrot cake. Lots of flavor, loaded with nuts, and the pineapple and coconut really makes it stand out and take notice! Amazing! Thanks for sharing with us Lennie!
Made this today for my mother-in-law's birthday. Everyone loved it. Made in 9x13 pan and it did not fall in the middle. Very moist! Didn't have the nuts on hand so look forward to trying it with them next time. Definitely a keeper. Thanks!
A fantastic carrot cake!! My partner loved it, I loved it, the kids loved it, and I'll definitely be making it again :-) I might use less icing sugar in the frosting next time though, it was a little bit too sweet. Still delicious though and tasted like reeeal carrot cake which made DH very happy since all the carrot cakes we've eaten in the past year really haven't.
A very delicious carrot cake indeed! The flavor was great and it was fairly simple to make. My entire family really enjoyed it! Thank you for sharing!
So good even the anti-veg family members ate it!
The best carrot cake ever! Anyone who tried it said they had never had such a moist, delicious carrot cake! This is truly the only recipe I will use from now on! Thank you, Lennie!
I lost this recipe quite awhile back and was heartbroken. This is the best carrot cake I've ever eaten. It definitly needs to tweaking, its great just the way it is!
Wowzers!! Thank you OH so much for posting this! Carrot cake is my husband's favorite, so today I made it for it his birthday (I've never made carrot cake before!) And he absolutely LOVED it! The recipe turned out perfectly! This was hands-down the BEST carrot cake I've ever had! Thank you for helping me to make my hubby's birthday great!
I've made this recipe so many times and I just love it (and so does the family!). I usually skip the walnuts. One of my batches came out too dense because I added just a bit more pineapple. Otherwise, it's fantastic! Next time I'll try the apple sauce addition.
Got rave reviews! I used 1/2 coconut oil and 1/2 natural applesauce for the oil; unsweetened coconut; and in the frosting - 4 oz cream cheese with the 4 oz butter, 1 tsp vanilla, 1 cup powdered sugar and 1/3 cup maple syrup
Let me just say everyone in my house hates carrot cake (except me), especially with coconut. I made it and didn&#039;t tell anyone what was in it. Everyone has been raving about this cake, even after I told them what was in it! This is my go to carrot cake recipe...perfect in every way, cooking time is exact as well. Thanks for sharing!!
Scrumptious! The pineapple helped make it moist! We didn't have any coconut, but it was great anyway! The frosting was quite delicious as well!
I loved this cake! It is now my recipe for all my carrot cakes I make. I used the recipe as written here! (Here's one I took to lunch with friends!)
What a fabulous cake! This cake was absolutely delicious, and came out so moist. I almost considered not putting the coconut in, as I was making it for my mom, who's not a fan. However, you could barely taste it, and it added great flavor. I would highly recommend this recipe to anyone.
 my grandaughters love carrot cake and this one is a keeper...I have tried at leat a dozen and this one tops the list as great...so you can bet will make it often
This recipe is amazing!!! It the best Carrot Cake ever I tasted. And the frosting is amazing as well. Perfect
I made this for DH's birthday cake- it turned out fabulous! I added some raisins and doubled the frosting. Next time I may make 2.5 frosting to have a thicker middle layer of frosting. So yummy!! Thanks for sharing!
This cake was amazing!!! I did make a few changes though...
I used 1 cup whole wheat flour, and 1 cup unbleached... used 1/2 the oil and added applesauce for the rest and used Sucanat instead of the sugar and omitted the nuts...
The center didn't fall at all.. it raised and the taste was amazing... definitely the best carrot cake I ever had! Moist and full of flavour!
I also added about a tbsp of vanilla to the icing just because I love vanilla...
Bye-bye bakery carrot cake, hello homemade! This recipe is amazing as written & we are so happy to have found it!!! We do make a few substitutions: sub whole wheat pastry flour, pare down the sugar to 1 1/4 cups, decrease oil to 1/2 cup & add 1/2 cup applesauce, and add 1/2 cup golden raisins. We prefer to bake this in 2 round cake pans for 30-35 minutes, though it works well as sheetcake & cupcakes alike. This recipe is fabulous as written & provides endless options for those who want to tweak it just so. Thank you for getting me out of the bakery & into the kitchen for outstanding carrot cake!
Realized today that I had not reviewed this recipe. I made this 2 yrs ago (I know its awhile ago, slacking you know :) for our Christmas dinner when my DD requested Carrot cake for dessert. Made as written, including hand shredding the carrots because I did not have a food processor at the time and it was a hit. Thanks for posting Lennie, so glad you joined Zaar.
Do I really need to add another 5 star rating? Made this for my SIL's 40th and it was a hit. Two people at the party asked me to make one for them and everyone said it was the best ever! Now for the variation...Half ww and half white flour, 1/2 tsp.cloves,1 cup of brown and 1/2 cup of white sugar and one cup of sultana raisins instead of nuts. I baked the cakes in two 9" round pans for approx. 35 minutes.I allowed the crumb coated cake to sit out (covered) for 15 hours,then added a second layer of frosting and piped a border with the cream cheese frosting along the top. I used four pecan halves to garnish. The flavour and aroma were exceptional and made a very dense, moist cake. Next time, I will vary by using half plain yogurt and half oil, also 2 eggs and an extra egg white. The recipe is a keeper for sure.
Thhis was the first carrot cake I have ever made from scratch. This came out fabulous! I wsa concerned at firsst because the batter was looking a little thick but once I Added the pineapple.. it was fantastic! I also coul dhave used more carrot.. I was about 1/2 cup less then the recipe called for but it still worked out!
A definate keeper!
This is a delicious cake, even with the changes I made to lighten it up a little (as I knew I'd be eating most of it!)! I used a blend of white and whole wheat flour, apple sauce instead of oil, only 1 1/4 cup sugar and used 1/2 vanilla and 1/2 coconut extract. I may add a touch more flour next time though. I don't like frosting that is too heavy or thick, so I used light cream cheese, only 2 Tbls butter, 1 1/2 cups powdered sugar, and about 2 Tbls milk. Perfect!
Lennie, You should be ashamed of yourself for posting this recipe! If somebody doesn't intervene I'm going to eat this entire cake myself. I am reminded of the scene from Sex and the City where Miranda Hobbes calls Carrie and says "You'll probably need this information when you check me into the Betty Crocker Clinic." Seriously, I never remember having made any cake from scratch, the boxed mixes are just too convenient and easy. I wanted to make something special for my husbands birthday. He is pretty fussy about his favorite cake, and finds most recipes too sweet for his liking. So I was a little concerned about all the sugar, between the cake and then the frosting. Thought I would cut some of the sugar from the frosting, but the other recipes I found actually contained more sugar. In the end, I followed your recipe EXACTLY. I will never make this cake again ... without inviting more guests to help us eat it. Having something that tasty sitting in my fridge is a lesson in self discipline. It is SO delicious!!
Wow - love at first bite! I used applesauce (no oil) and cut the sugar in the cake and icing by half, and this was wonderful! I also used only a half cup coconut, because I ran out, but wish I had more. The pineapple and coconut is wonderful in with the carrots. Thanks for the wonderful recipe!
So so SO awesome. Made this last night and a 70-year old guest said that it was the best carrot cake that she ever tasted .. . and I have to agree! I lined my 13x9 inch pan with wax paper, so that I could lift the whole cake out once in was cool, and then frost the whole thing easily (I doubled the frosting recipe though) . .. also, I used electric beaters to beat the frosting and that made a huge (and good) difference to the consistency - made it very light and fluffy. Last but not least, I replaced the walnuts with raisins (because I hate walnuts) and baked for 50 mins - the centre did sink ever-so-slightly, but you'd never know it once the icing was on. I'd give this 20 stars if I could, just AWESOME.
Phenominal!! I was really leary of making this cake without the raisins--pineapple and coconut..really?? But OMG--this was such a huge hit in our house! I followed the recipe exactly, except I did not add walmuts, and did 1 tsp each cinnamon and nutmeg. I was waiting for the centre to sink a little, but it didnt. Next time I will double the icing, as the troops enjoyed that as much as the cake. Thanks so much for a wonderful recipe!!
This carrot cake is amazing! We LOVE it in my home! I don't add the raisins, but everything else is the same. Just reviewing it makes me want to go make it! My husband usually asks for this for his birthday cake, and all the kids love it too. (My MIL has even asked for the recipe.) So Good!
Made this for the customers today! I made in three layers and got 17 servings out of it!! One of my customers emailed and asked me to bring her another piece tomorrow when I bring their dinners! My catering business is going great because of recipes like this!!
This cake rocked. It was easy to make and extremely delicious. I was a little worried when I mixed the eggs, sugar, and veggie oil in and it wasn't a 'smooth' batter, but after I added the pineapple, which I didn't drain, that was fixed.

Mine didn't sink in the middle. It did just great!
I made this to take to a potluck..It was good,and my DH says he likes it because its a heavy cake...
I made this for the guys at the firehouse and it was a HUGE hit. They all asked where the second cake was! I baked it in 2 9" rounds for about 40 minutes and they turned out perfectly. This would be a perfect recipe for Easter in a week!
Delicious! I baked these up to send to school with my son (he doesn't like his veggies and I'm getting desperate to get some into him!) I wasn't sure about not adding raisins, but I made it as is and it was wronderful without them. I do think the cream cheese frosting makes these because without it they were a little un-sweet to me, but with it, they are just perfect! I made 24 mini cupcakes, 11 regular size cupcakes, and a small loaf pan out of this recipe. The best news is that my son *devoured* these! Thanks for a delicious recipe!
Absolutely great! I mixed it up a bit and added hazelnuts on top of the Walnuts, which was great.
This cake is very good and has a nice texture and great taste. The coconut makes a difference. Thanks for sharing.
Wow! I had no idea that I would love any cake so much, and that even with no chocolate in it! <br/><br/>Had it after thanksgiving dinner, and even though everyone was more than stuffed, they all had to have a piece! <br/>Truely a quite simple, but extremely delicious cake! <br/><br/>I made it in two 8" square pans, and baked it for good 40 minutes. <br/><br/>For the frosting, I mixed the softened cream cream and butter together first and then slowly sifted in powdered sugar. Doing so I had a glaze like topping that then I gave a touch of orange zest to. To smooth it out I pur?ed it with my hand blender until smooth. <br/>I then put the glaze between layers and on top. <br/>I kept the coating quite thin, which was a good idea as this gave it a sweet touch with the hint of orange but without over powering due to excessive frosting! Which rounded up a perfect cake! <br/><br/>This recipie will definitaly be made now more than once a year! Many thanks!
this was amazing! i had never made a carrot cake but made one for mothers day. all the mothers loved it and were impressed with it.

I find i have to add some of the pineapple juice to get the batter the right consistency, or the batter is too dry. i also baked in two 9 inch rounds.

update: i have made this cake a few times now and wanted to add you can safely reduce the sugar to around 1 cup, especially if you frost the cake it is still plenty sweet enough.
5 +++++ stars! This is absolutely fabulous! I printed this recipe out a couple of years ago and never got around to making it. OMG, I was such a fool. This is by far the best cake I have ever made. It is rich and so moist and I love the addition of pineapple and coconut. My family went nuts over this cake, I'm so glad I finally got around to trying it, cuz it will definately be repeated.....over and over and over....lol. Thank you so much for posting.
OH MY! OH My! What a wonderful cake this is a keeper for sure. Everyone loved it and its so moist. Icing was also the best. You can't go wrong with this recipe. 
Debbie_C
SO GOOD!!! I used 2 round cake pans and baked it for 40-45 minutes. I only had 1 teaspoon of ground cinnamon so I substituted the other teaspoon with pumpkin spice and it still turned out great! Also I omitted the chopped walnuts for personal preference, but added a dash of vanilla extract to the icing for fun. With the pineapple and carrots you can tell yourself you're eating your fruits and veggies right? Will definitely make again!
This was the best! I made it into cupcakes, baked for 18 minutes, and omitted nuts. The frosting was so good...I&#039;m never getting the store bought stuff again.
This was absolutely the best carrot cake recipe ever. I omitted the coconut because I am allergic, but other than that I stuck to it exactly. I also used the cream cheese frosting but doubled it to cover to round 9 inch layers. The entire family gobbled it up, Thanks for posting!
I made this cake yesterday for a gathering of friends. It was wonderful! Moist, yet light, and not overly sweet. I made one substitution and that was I used 1/2 cup oil, and 1/2 cup applesauce to lighten it up a little. Actually, my husband came in as I was pouring the oil, and he freaked out at the full cup, so I cut it in half. I don't think it made any difference to this cake. It couldn't have been any better! I used a little over 3 cups of powdered sugar in the frosting. Just kept adding until it was the right consistency, and that was what it came out at. Thanks for sharing this recipe!
Excellent except I used regular powdered sugar for the icing instead of icing sugar and although it tasted great it was to watery.
A very good carrot cake!! I loved the addition of coconut!! Very moist and easy to make. Thanks for posting.
Wow what a great cake!! I did sub applesauce for the oil. But that was the only change I made. My cake stood tall and did not fall in the center. Thank you for a great, flavorful, fast, and easy cake.
GREAT!! thanks
My first carrot cake was a hit thanks to this recipe! I actually ate it all (not just the frosting), as did everyone else, since the cake itself was so moist. My only changes were to omit the walnuts and to use half turbinado sugar since I ran out of white sugar. I also added a teaspoon of vanilla extract to the frosting.
Yes, this is an excellent cake - I made it per the directions but used pecans instead of walnuts and used my pound cake pan. I added a smidge of vanilla extract to the icing recipe as well as using the lowfat cream cheese - so, so good!
This is a great carrot cake. I use chopped almonds rather than walnuts due to my wife's mild allergy to walnuts and I I also use some lime juice (I prefer Mexican or Key limes) in the frosting and reduce the powdered sugar in the frosting to perhaps a scant cup since I prefer a somewhat tart frosting.
I'm sure you don't need another review but I just made this for my mothers birthday and....It was a HUGE hit! Thanks so much for the wonderful recipe!
I've made this cake 3 times already! This is an easy and wonderful recipe...and looks great too :)
I agree with everyone, this is a great cake. My husband loved it. I didn't have any sinking of the cake. The 45 minute bake time was perfect for the 9 x 13 pan size. I substituted a box of chopped dates for the nuts. I thought the icing needed something, so , I added a teaspoon of vanilla to it. I will make this often. Thank you Lennie, for a new family favorite.
I haven’t made it yet but why does the picture show a round cake &amp; instructions specify 11 x 13?
The best carrot cake I have ever made! So moist...texture and flavor was perfect!! Big hit!!
LOVE this carrot cake! I made it in a bundt pan, inverted it onto a plate, then frosted it. It looked and tasted fantastic. It was so moist and rich it still tasted good over a week later! Only change I made was to the icing - I used 1/2 cup margarine and 4 cups of icing sugar to get a texture and colour a little more to my liking. The cake is perfect as is. This will be my carrot cake recipe from now on, for sure!
I just made this cake and I have to say it is so good. I added rasins to my cake, I chopped baby carrots fine and added them instead of shredded carrots. I was worried this would make the cake too heavy and would sink in the middle. The cake turned out great. 45 minutes was just the right amount of cook time. The only gripe I had was there was a slight salt taste. I will for sure make this cake again along with the frosting (which was so good)Next time I will half the salt. Thank you for posting such an easy recipe, that looks and tasts like I spent all day in the kitchen!
Excellent, made as per the recipe and everyone loved it. Many thanks. ctnz
great cake. Loved the coconut although I used shredded instead of flaked. I also did half applesauce half oil and used splenda baking sugar instead of regular sugar. Used canned frosting since I dont like cream cheese. Overall a delicious flavor packed cake. My husband liked it as well but said that it would be better with raisins added to it. Also with the pineapple I got a 20 oz can and after draining all the juice all I had was 8oz so I used it all.
I have never had such a reception as I did when I made this cake. My family went ape! I took the leftovers to work today and the staff devoured it in minutes. People were cutting off pieces to hide for later. A receptionist offered to pay me money to bake her one just for her! A male employee wanted to kiss me! WOW!!
Oh my word. This is by FAR the best carrot cake I have ever made. Not too sweet, not to savory. I left out the nuts, but followed the recipe exactly besides that. WONDERFUL! Thank you so much for posting it.
This was the BEST Carrot Cake, I have ever had! All Agreed. I hate to be the 317th person, but this deserves it. My Sister lives in a neighboring city and even came back a few days later for another piece. HA like there was any left. I found her one...I had hid for myself...YES of Course I shared!
This was too yummy! I love carrot cake and this was one of the best I've had! Thanks so much!
Oh MY WOW this is good. DH hates carrot cake but loved this.
10 STARS!!!! I used a bundt pan and needed to increase the icing recipe by 1/2. I wouldn't change a thing about this recipe.
Oh my! The last thing this recipe needs is another 5 star review. But, I can't help myself. It was too good not to rate! I made this cake into cupcakes (2/3 full for about 20 minutes), topped with the iciing included in the recipe. I only added food coloring for my "monster" design for my daughter.
Let me start off by saying that I'm at a loss for words when it came to describing this recipe. I have not had a Carrot Cake this good since my wonderful wife worked at a 5 star restaurant before we were married 18 years ago. The French pastry chef made a carrot cake to die for, and would never part with his secrets no matter how much I begged. When the kids started to come along, and she left her job I thought I would never be able to enjoy the wonderful taste and texture of his carrot cake. BOY WAS I WRONG!!!! 
 I was impressed by all the positive reviews and decided I'd give it a try, being hopeful that it would come close to the memories I held of that wonderful dessert.............so I made it for my wife,myself and another couple on a little weekend getaway. I thought I died and went to heaven!!!!!! Not only did this come close , but it blew it away. This is FABULOUS!!!! Fit to be served in the finest restaurant. I only wish I could give it 10 STARS. Thanks for posting this, all my other Carrot cake recipes are now in the garbage.
Amazing!! Loved them....
This is hands down one of the better carrot cakes I've ever had. I think the pineapple makes it! I made mine as cupcakes to fit into my lunch box. Delicious!
I made this cake after reading all the reviews and this cake was definitely one of the best cakes that I have tasted , The only change I made was to add 1 lb of sugar to the frosting for a thicker consistency which made it very sweet . I will definitely make this cake again with the original frosting recipe .
I love this recipe. Best carrot cake ever. I imagine all the oil in this recipe is why it is so moist. I&#039;d like to try to sub the oil with applesauce one day but I never seem to have applesauce on hand. I omit the coconut because I absolutely hate coconut. Surprisingly, the pineapple is what makes it special. It adds a unique flavor that everyone loves but can never guess what it is.
Im sorry but i did not like this recipe at all. I threw away the whole cake. I cooked it for almost one hour an the middle was still extremely gooey, couldnt even cut it in pieces. i was expecting a more natural carrot flavor, but the coconut and pineapple overpowered the whole "carrot" idea. Im still searching for a good carrot cake. Im glad that many other liked this cake, but i Won't do this recipe again..
I made this recipe for a rotation dinner group and it was a hit! This was the first time I made carrot cake. It was easy to make. I used a potato peeler for the carrots, then chopped them. Next time I would like to add raisins to the batter. EXCELLENT dessert!
I've been baking this cake for about 2 years now (barely getting around to reviewing, sorry!). Everyone who tries it falls in love. My thing is to bake cupcakes w/ the recipe. I can get 24 fulls cups, which I bake for approx 25 minutes. Thank you so much for sharing Lennie, this cake is to-die-for delicious!
I can't get over how good this was. I served it for our gaming group and should have made two cakes it was so popular! I used Recipe #210609 to ice the cake and it was delightful. Thank you so much.
Cake turned out great. Definately a keeper.
I made a couple of changes to lower the fat, like applesauce for the oil, all egg whites, no nuts, cut the sugar down to a cup...this was fast to put together, easy, and gave a fantastic result! I love the cinnamon taste in there. My center didn't fall, it gave a beautifully flat cake. This is much easier than the last carrot cake I made, and I love the pineapple in there. A super-winner with my picky French husband!!
Yummy!!! I nearly ate the whole cake by myself! I left off the icing to save on the fat and the cake was fabulous by itself. Great recipe. Thanks!
I can't believe how amazing this cake was. Quite easy to put together and the end result was fantastic! The cake was moist and full of flavour! The only alteration I made was adding 2 tsp of vanilla to the cream cheese icing. I will definitely be making this again! Thanks so much for this amazing recipe!
Outstanding!
I would have been daft to not try a cake with so many wonderful reviews! This really is an awesome carrot cake. I doubt I&#039;ll ever need another recipe! I made a few small changes. I subbed tofu for the eggs to keep things vegan, added a smidge of nutmeg, and used part brown sugar, and used pecans. My feather (lifelong carrot cake nut) said it was the best ever!
Not only is this cake moist and delicious, it's super easy to make too! I used just 1 cup of sugar, 1 tsp of cinnamon, and 1/2 cup each of coconut and pecans (in lieu of the walnuts). I chose to incorporate the sugar into the dry mix before making the well for the eggs, oil, and vanilla and it worked fine. For the icing, I reduced the butter to half a stick and used just 2/3 cup of icing sugar. The entire thing was perfect and not overly sweet. Thanks for sharing the recipe. :)
Great recipe! I uploaded two pics. I used a round pan for the cake. Took the advice of another member on here to use 1 teaspoon of nutmeg and 1 and a pinch of cinnamon. I also made extra frosting.
OMG...What a cake!!!!! I made this for my husband and new daughter-in-laws birthday today and wow---it was heaven. I have never had success with any cake recipe and usually buy birthday cakes, well, until now. So now we have to wait until Feb. to make this again. It is so moist and favourful. I added a touch more cinnamon and allspice, but other that that it was so perfect. Made it into a layer and I am so proud---just like a cake from a bakery......kudos to food. com for yet another huge success to make me into a gourmet cook. YES!
Most excellent! Rich and moist! My 5 year old requested a carrot cake for Thanksgiving (go figure!) and this was a hit! Thanks!
I loved this. Every time I walked to the kitchen I tasted a bite of this cake. Yum.... it got better and better down the hall....lol It was very good. no icing though. Still good enough to savor. I will make again.

Hugs to all
I can't believe it!!! I haven't posted a review for this scrumptious, incredible, impress your future in-laws at Easter dinner cake. I've made this recipe a few times now following it exactly. It's spectacular. So spectacular, in fact, that I am no longer allowed to come to Easter dinner unless I'm bringing this cake with me.
Just made this for the second time. I used whitewheat flour, reduced the oil to 3/4 cup (adding back in 1/4 cup of the pineapple juice to make up the liquid volume), reduced the sugar to 1-1/2 cups, blended the pineapple to pulp, and added 1/2 cup chopped dates. All minor alterations, but my family loves it like this. Definitely a "keeper" recipe.
Made for my birthday, absolutely amazing! I left our raisins and nuts, (seen as weird by the Brits and nut allergies, respectively) and loved it! I make my own cream cheese frosting-less butter, and just ass sugar until it tastes right. ;-)
Yummy!
GREAT carrot cake!!! I use half cup applesauce and half cup of oil and oriental 5 spice for the cinnamon. I hope you will try the oriental 5 spice sometime it is wonderful. Love all the extra goodies in this cake, great warm out of the oven with a cup of coffee. So good it really doesn't even need icing. Thanks for posting Lennie.
This was very dense and seemed very greasy. The flavor was good though.
Yum! This cake was wonderful. I've never had carrot cake with pineapple and coconut in it before and it really made a huge difference. The only change I made was to use 1 cup sugar for the icing, because I felt it became too sugary and not cream cheesy enough otherwise. But a lovely cake! I'll definitely be making it again.
This cake is awesome! I am a novice "chef" and I really wanted to make something special for this Easter. It was so easy to make, and keep in mind that I have never made any kind of dessert from scratch. I have already made my second cake to share with family and plan to make another one this week for my co-workers!
Very tasty!
Loved this recipe! Made cupcakes instead of a cake. Bake 350 for 20 - 25 minutes. 

Wasn't sure if I would like the coconut so I made half the batter with coconut and half without. Tastes great with the coconut! I left out the nuts. Shared this with my family and now they want me to make some for a party! Thanks for sharing!!
Lovely - and I love how easy it is to put together! Followed the cake recipe exactly but used Recipe #26442. I have a dark, coated 9 x 13 metal pan and the cake was slightly overbaked at 45 minutes, so will check at 35-40 minutes the next time (my bad - I should know cakes bake faster in that pan!). Thanks for a great recipe!
i have always thought of myself as a non-baker... no matter what i do, everything i BAKE turns out mediocre, but i followed this recipe to the "t" and it was the BEST cake i have ever had. NOT MADE, but HAD!!! I was so proud of myself, and so glad I tried this recipe! Anyone can make this WONDERFUL cake!!!!! : )
This cake is awesome, even though I took the advice of some of the reviewers and made it less fattening. I used unsweetened applesauce instead of oil, egg whites, 1 cup of sugar, 1/2 cup of chopped walnuts. But my frosting made the cake. I only used one cup of powdered sugar, light butter, 1 tsp. of vanilla extract and about 1/2 cup of the left over crushed pineapple ( I bought a bigger can than needed). The frosting was a little thin but firmed up in the fridge. I think the pineapple really made the frosting. You could add some coconut too to the top of the frosting, but I didn't to keep the calories down. EXCELLENT!
Oh my!!! This is the absolute best carrot cake that I have ever tasted. Receipe was easy to follow and I actually surprised myself at how well it turned out!!!! I love this cake - trouble is so do my hips!! 

Thanks for posting my number one favourite cake receipe. A million stars to you.
EXCELLENT! 'Nuff said. :)
Absolutely Amazing! I used applesauce instead of oil and some toasted coconut and pecan mix I had instead of the coconut and nuts. It was DIVINE!
It was done in about 30 minutes in the 9x13 pan.
I love this cake, and the frosting, outrageous. I'm not a huge fan of coconut, so I replaced them with raisins. I gave some to my BIL and he said it was the best, most perfect carrot cake he has ever had. I agree. Thanks for posting this winner.
I made this for my book club and they absolutely raved about it. The next day I made half the recipe (with two small eggs) substituting almond flour for the all-purpose flour and Splenda for the white sugar for my DH who watches his sugar and carb intake. I baked it in a loaf pan for about 32 minutes, let in rest in the pan for about seven minutes before taking it out to continue cooling on a rack. My DH could not stop raving about it and nags (nicely) for me to make more. This is a fabulous recipe either way!
Nice tasting cake. It was very simple to put together. Thanks for posting this recipe.
Wow!! This is a really lovely cake. I followed the recipe to the letter. Perfect! It did not go down in the centre even though the recipe said it might.
Awesome sweets!
Couldn't be better! I substituted applesauce for the oil, did the rest as written. It made perfectly moist cakes (I used oversized muffin tins to make 12 mini cakes and baked for 30 min.) and I LOVED the frosting! Will deffinently use again and again. THANK YOU, THANK YOU!
My fiance who told me he didnt like carrot cake, had two pieces this evening! Very moist, rich in flavor and delicious. Will defintely make this recipe again. Thank you!
My guests had three helpings of this cake, and asked for the recipe. It was a hit! I used 1/4 cup of water and 3/4 cups of oil, didn't use nuts (allergies) and used only 1 cup of icing sugar in the frosting, which made it perfect according to my tastes:)
I had a unique request for carrot cake cupcakes and looked through the considerable recipes you ca find on this site. I used many of the suggestions for substitution; e.g. applesauce for oil, etc. I also ground up my walnuts finer than the chopped version that I bought at the store. I debuted the cupcakes on the floor of my work to a myriad of compliments. I piped the icing onto the cupcakes but found I needed to almost double the ingredients to sufficiently cover the cupcakes with the desired design. One person did remark that there was a lot of frosting but no one else seemed to mind! Thank you so much for sharing this fantastic recipe!
FANTASTIC cake! I divided the cake mixture into 2 9-inch cake pans and made a double-layered one (baking time was 40 minutes)! After reading the reviews, I substitutes the white sugar with brown sugar and also decreased the amount to 1 cup; used 1/2 cup oil and 1/2 cup apple sauce; chopped pecans instead of walnuts. The result - it was soft, moist, and full of greatness. I especially liked the frosting. Lennie was right. The frosting mentioned in this recipe was so much better than store-bought ones. I doubled the frosting recipe for my double-layered cake! It was GREAT!
Loved this recipe! Moist and packed with all kinds of delicious flavors. Love the pineapple and coconut along with the nuts. This is one of the best Carrot Cakes I have ever had the pleasure of eating. I will definately be making this one again soon. Thank you for this new addition to my recipe file! Jenn
My 14 year old daughter made this cake yesterday all by herself. It turned out great and was loved by all. It is very moist and flavorful and baked up perfectly. Thanks for posting!
This cake turned out great! I made it gluten free using gluten free all purpose flour in place of wheat flour and it still baked up perfectly. I did add raisins to ours.
Made this for Christmas party and it was a huge hit and was so easy to make! I made in a bundt pan and it took about 50min/1 hr to cook but came out great!
I made this for a friend of mine and it was an absolute hit! The cinnamon in this makes it truly delicious :) This recipe is definitely a keeper!
OMG! I made this for Easter and my guests were in absolute awe! This was by far the most delicious carrot cake I have ever eaten. There's a diner near our house that I used to swear made the best carrot cake ever. Not anymore, this was like a little slice of heaven and so easy! I will be making this for many occasions to come. Thank you so much for posting this!!!
Very good!

My husband thought it resembled more a 'fruit cake', but the flavour was really nice.

Thanks
Words are overrated....you have to make this cake!!<br/>I can't keep my husband away from it!!!<br/>He's already asking me when I'm going to bake another one and this ones not even gone yet.<br/>Only thing I changed was I omited the coconut, like ROV CHEF said didn't want to muddle the flavours.<br/>My little ones are not crazy about chunks of nuts in their cakes either so whenever I bake any type of cake I simply grind the nuts I want to use into a powder and add it in at the end, noone can tell there are nuts in it and this way my little ones get the nutritional value.<br/>This is our new family favourite...thanks Lennie.
This is our new favorite cake! I served it at Easter and it was given RAVE reviews. It was sooooo moist. Thank you for sharing this recipe!
I reduced sugar to 1 cup, and left out the walnuts in the mixture. Baked in two 9" round pan for 25 mins, and it came out perfect. I also mixed in a cup of cool whip to make the frosting, since I needed more frosting for my two-layer cake. Everyone loves it, including me (who never liked carrot cakes). Thanks for the recipe.
honestly this is the best recipe i have, its soooooooooooo amazing!!! highly recommed and easy to make into cupcakes just bake for less amount of time :) so yummy
For my birthday last year, I decided to make myself a carrot cake. I had a few different recipes, but ultimately decided to go with this one. I haven't looked back! What an amazing cake. The flavors are amazing. It's so moist.<br/><br/>Perfection!<br/>Thank you for sharing!
Fantastic! This is the best carrot cake I've ever had - so moist and all the flavors work perfectly together. I made a few changes that made it a little healthier, but didn't sacrifice on taste: for the flour, I used 1 cup all purpose and 1 cup wheat; for the oil, I used 1/2 cup oil and 1/2 cup applesauce; and I used about 1/2 cup less sugar. Also, I used my own recipe for cream cheese frosting - Recipe #365388 - this is a great cream cheese frosting recipe, but doesn't have butter in it. Thanks for the amazing carrot cake recipe!
1st time I make Carrot Cake because it aways seemed so complex....OH MY GOD! I followed the recipe to a T and the icing recipe and it was by far just as good as those expensive bakery carrot cakes! Will make again! Loved it! Thx for sharing:)&lt;br/&gt;Question: so I have made this about 5 times and I have discovered that the carrots turn green after a day? The carrots inside the cake? I have researched this and found it could be a reaction with baking soda??? Can anyone help me out with this issue? I love the cake and want to make but don&#039;t wAnt guests to be frightened by green carrots!!! Help my email is &lt;br/&gt;dabkeh@hotmail.com
Thanks for a great recipe! I wanted to try a different Carrot Cake for an order I got. This was very easy. This recipe yields 6 cups of batter. If you need to know, 1.5 pounds of carrots will yeild 2 cups of shredded carrots. I didn't wait long enough and when I flipped my cake out of the pan, it stuck so I was able to taste the cake. YUMMY. I hope my client likes it as much as I did. I frosted with a cream cheese icing. Thanks again. It's a keeper!

UPDATE: My customer shared a slice with me. It was really really good. I found my mom's recipe this morning and it is almost identical to this one. No wonder I liked it so much...LOL
Great Cake!!
I love carrot cake and this recipe is the best ever.
This is my go to carrot cake recipe. I always make it for Easter along with other desserts.
Amazing carrot cake. I did everything exactly as stated. The can of pineapple I used was 19oz before I drained it, which left me with just over a cup of actual pineapple. Will absolutely make this again!
I used this recipe for both of my children's wedding cakes. Many multiples of the recipe, mind you! Rave reviews, easy and fun, great leftovers!!
I made this cake last week and it was the BEST carrot cake I have ever had. I followed the recipe, but made it into a layer cake. My parents whom I made the cake for said it was one super-wowee cake! Thanks for the great recipe.
This recipe is a keeper. It&#039;s just a really amazing carrot cake- what more can one say?
I was asked to make a carrot cake for my boyfriend's 4th of July party. I was meeting his family and friends for the first time , so I wanted to make a good impression. I left my mom's family recipe at home. Recipeczar to the rescue!! This was ranked the best and it was outstanding. I doubled the recipe since there were 30 people coming. One adjustment I made was adding nutmeg and allspice to the recipe. The guests were begging for more. So moist and flavorful!!! Sorry Mom, but this is now my new carrot cake recipe.
WOW!! So moist and yummy! I did not even notice the coconut or pineapple in the cake. Would give this 10 stars if I could.
Unbelievable, moist, flavoursome, absolutely perfect. Frosting too. I will most certainly be making this again. I'm in Ireland, so thought it might not turn out as the gluten content in our flour is different and sometimes baking can be a flop with American recipes, not this one. Absolutely delicious. We don't have crushed pineapple here so I just diced up 8oz really small. Also used pecans as I was out of walnuts.
I have this same recipe and have been making it for years. The only difference is I make it a bundt pan. It is consumed immediately and evenyone asks for more. My sister uses it to judge all other carrot cakes. She has made many people unhappy when she says it is not as good as her sister's.
WOW!!!!this was just great.I made a few changes though-reduced the sugar to 1 1/2 cups.I added 1 tsp of green cardamom powder and 1 tsp of cinnamon powder.Awesome!!As in the case of the other reviewers,my cake did not fall in the middle either.Next time,I am going to try using granular sugar substitute instead of sugar.I did not have walnuts today,so omitted that.But all in all,a fabulous recipe.Thanks for posting!!
